Bréfritari: Þórarinn Stefánsson
Dagsetning: A-1928-02-26
Skrifað á: Vesturheimi

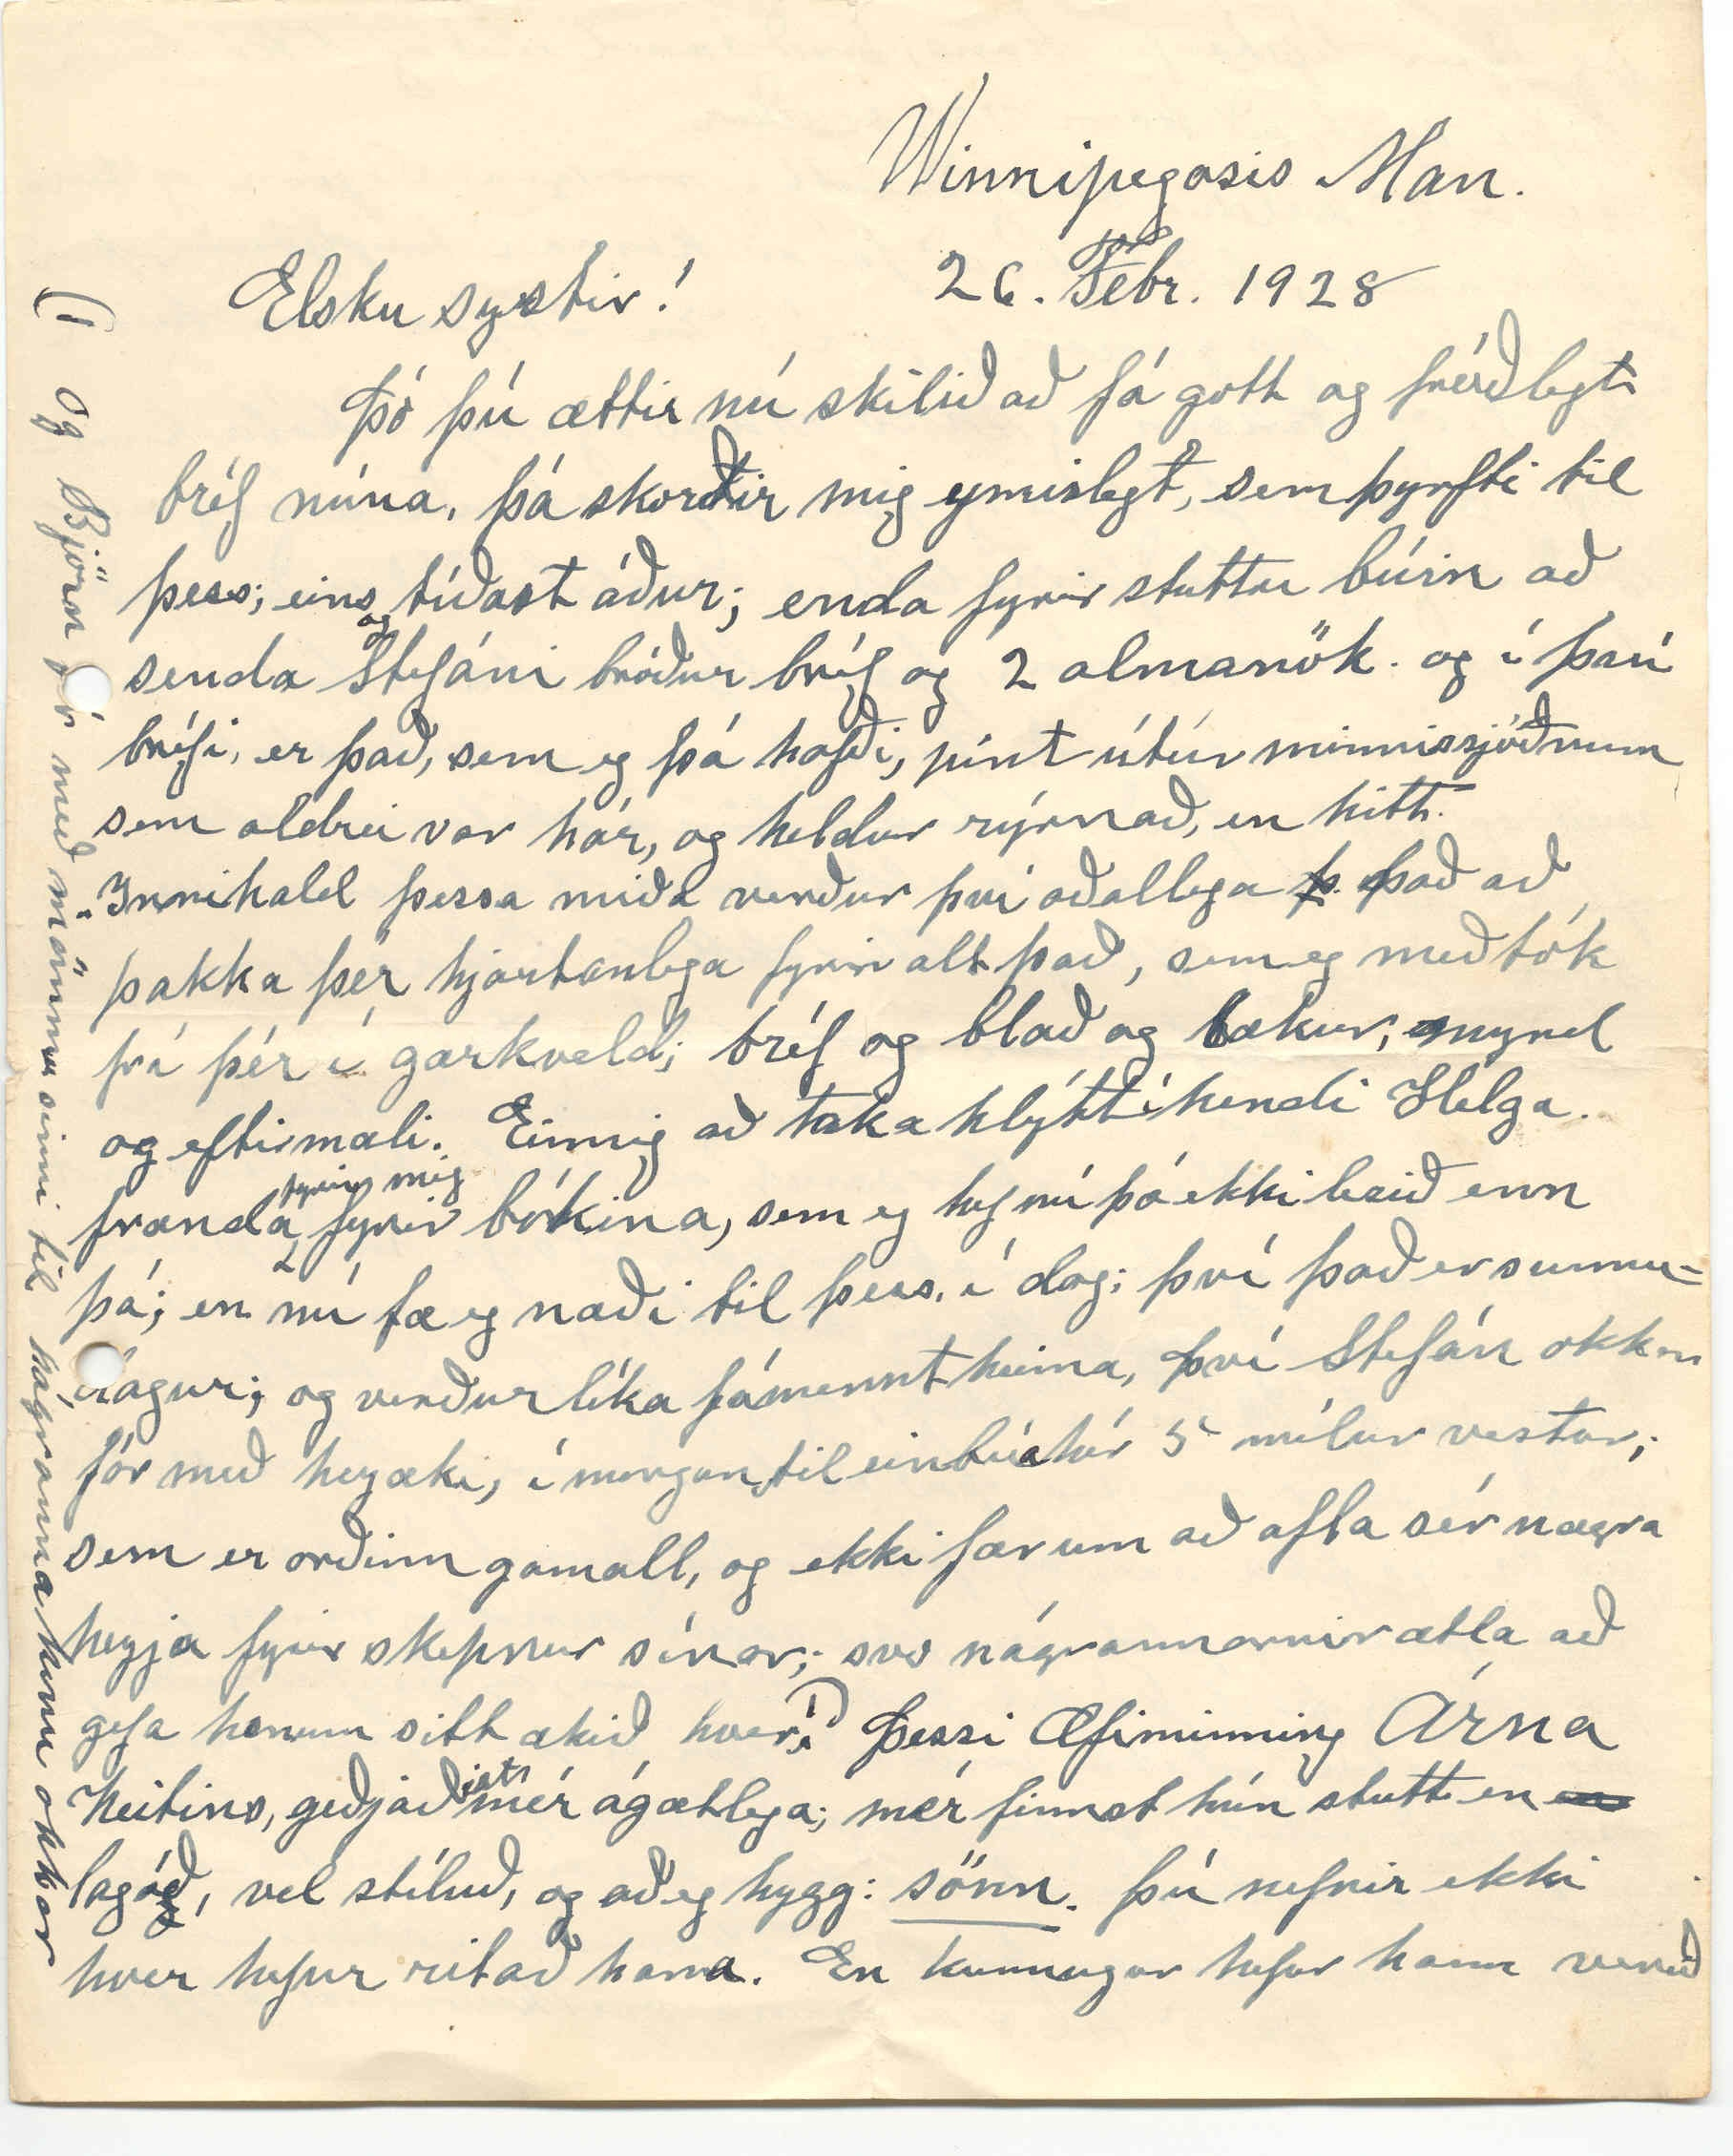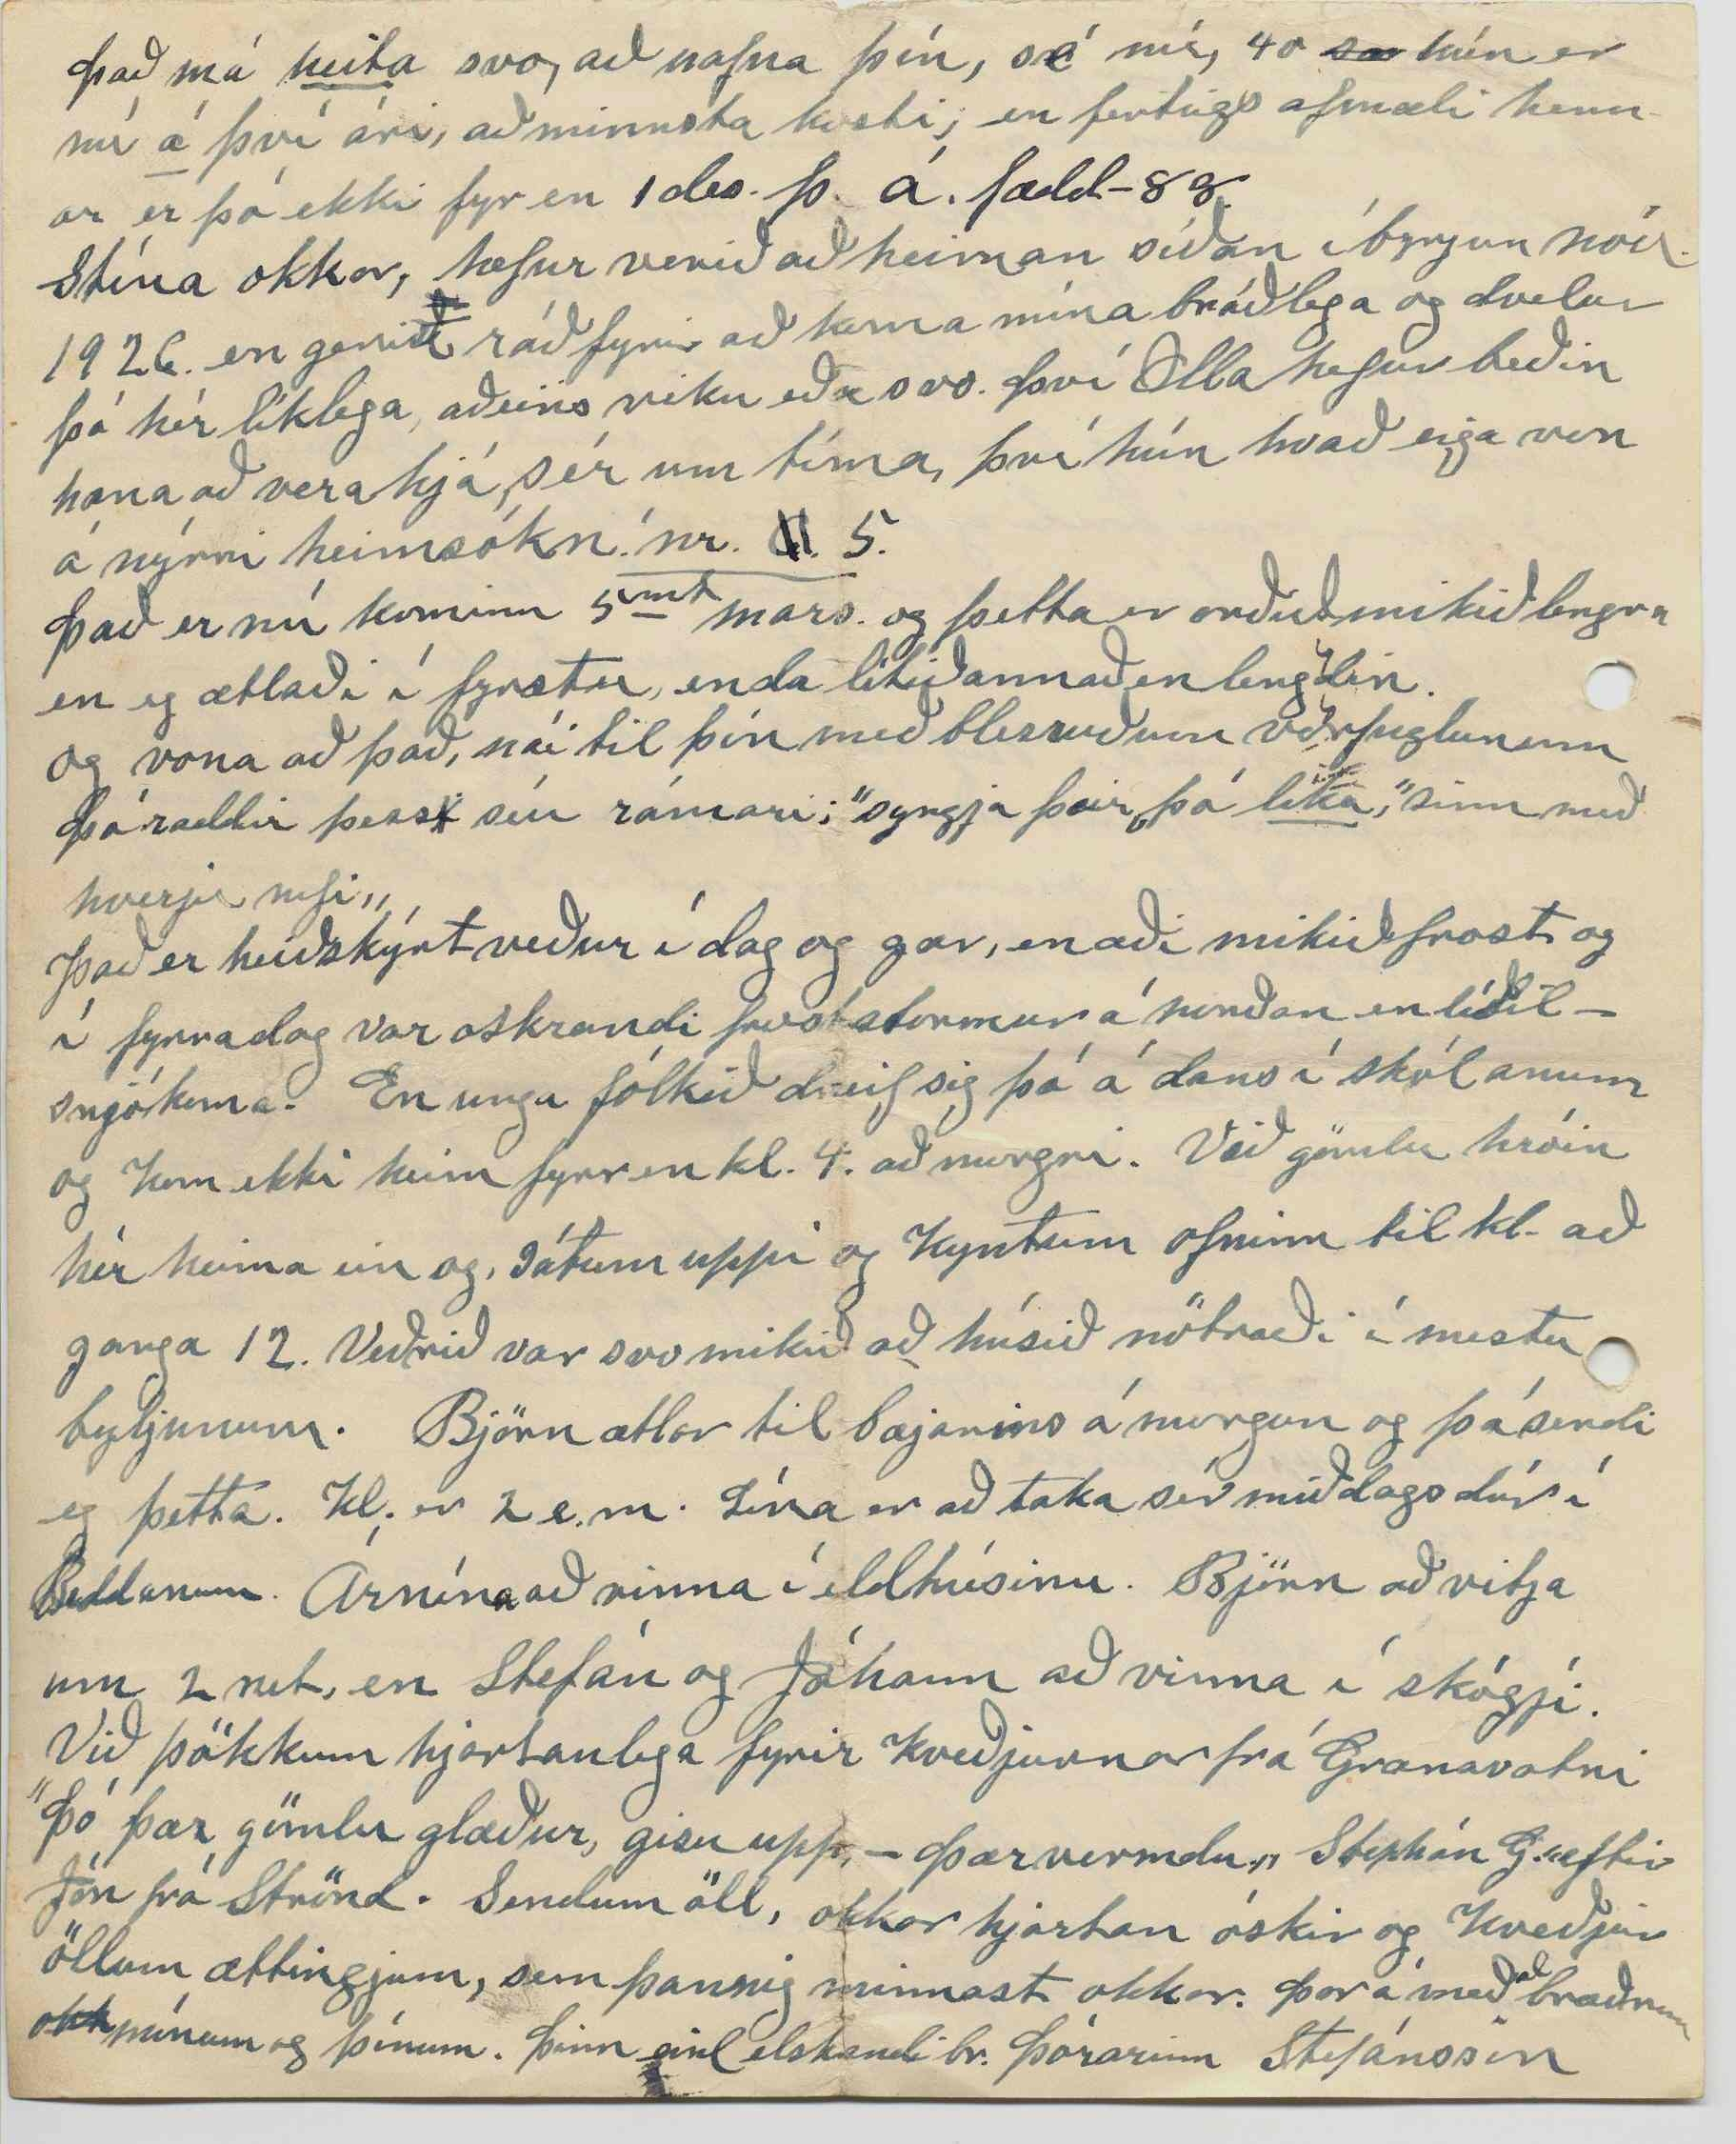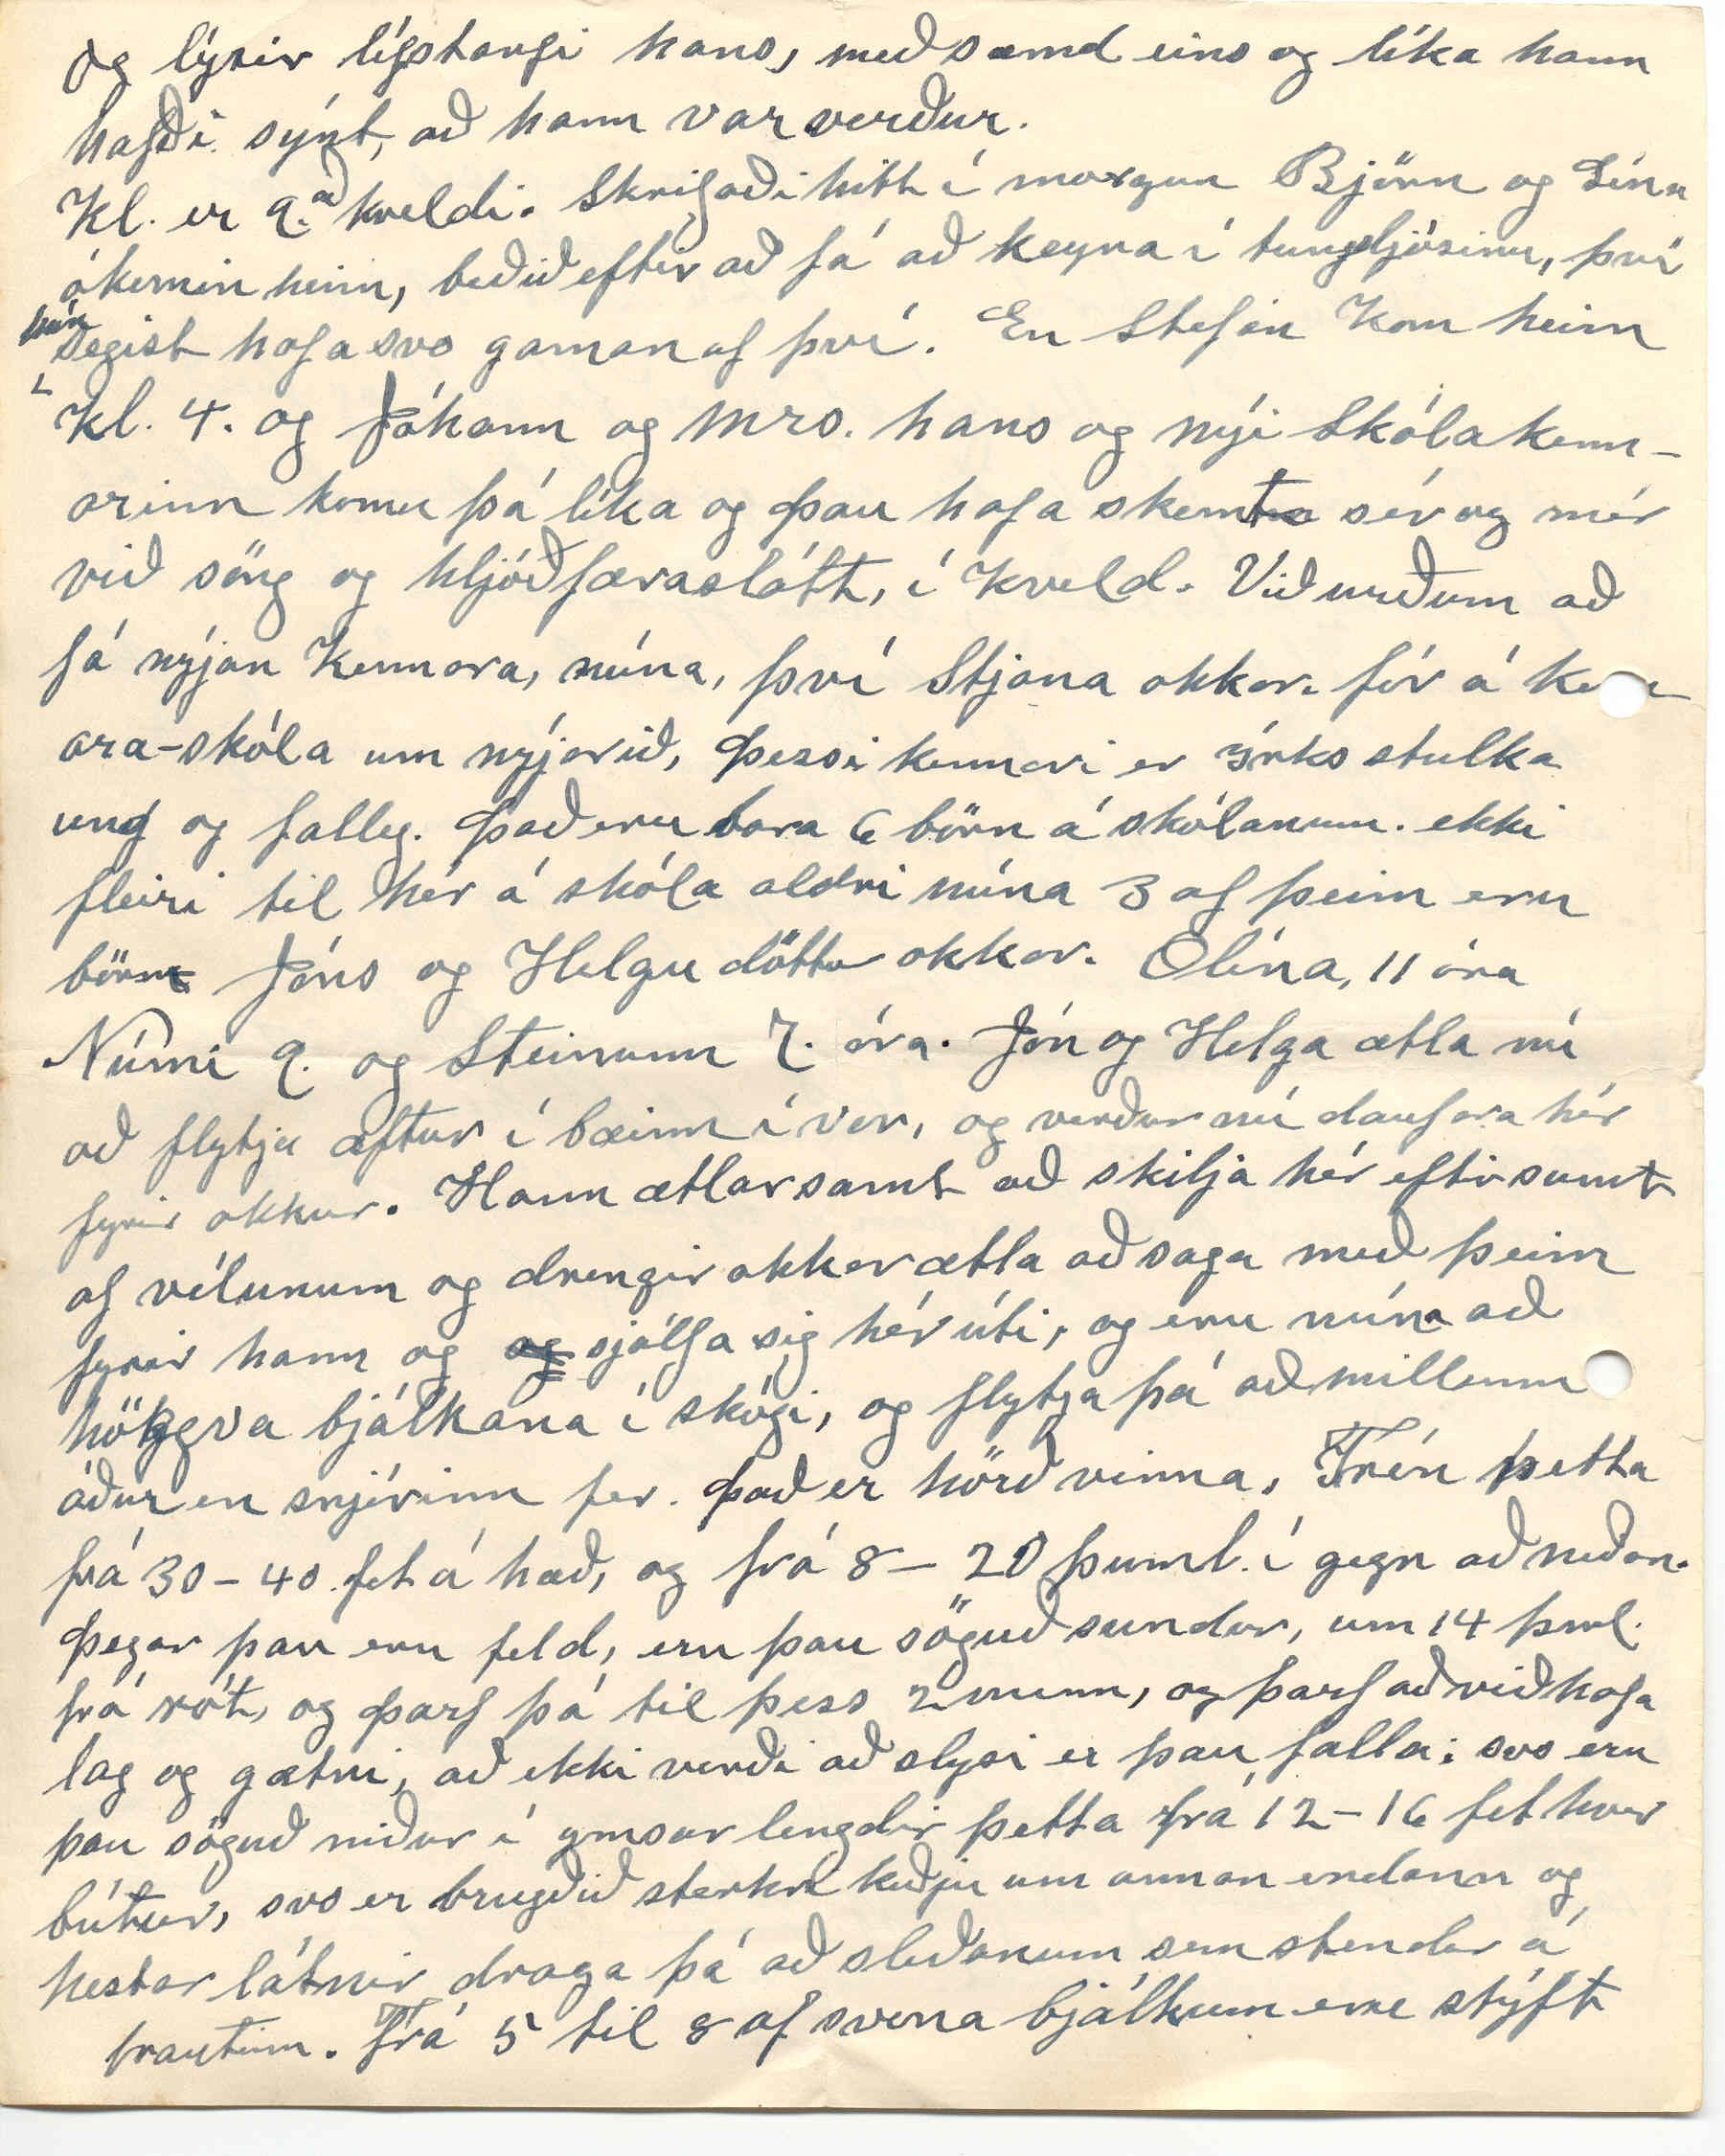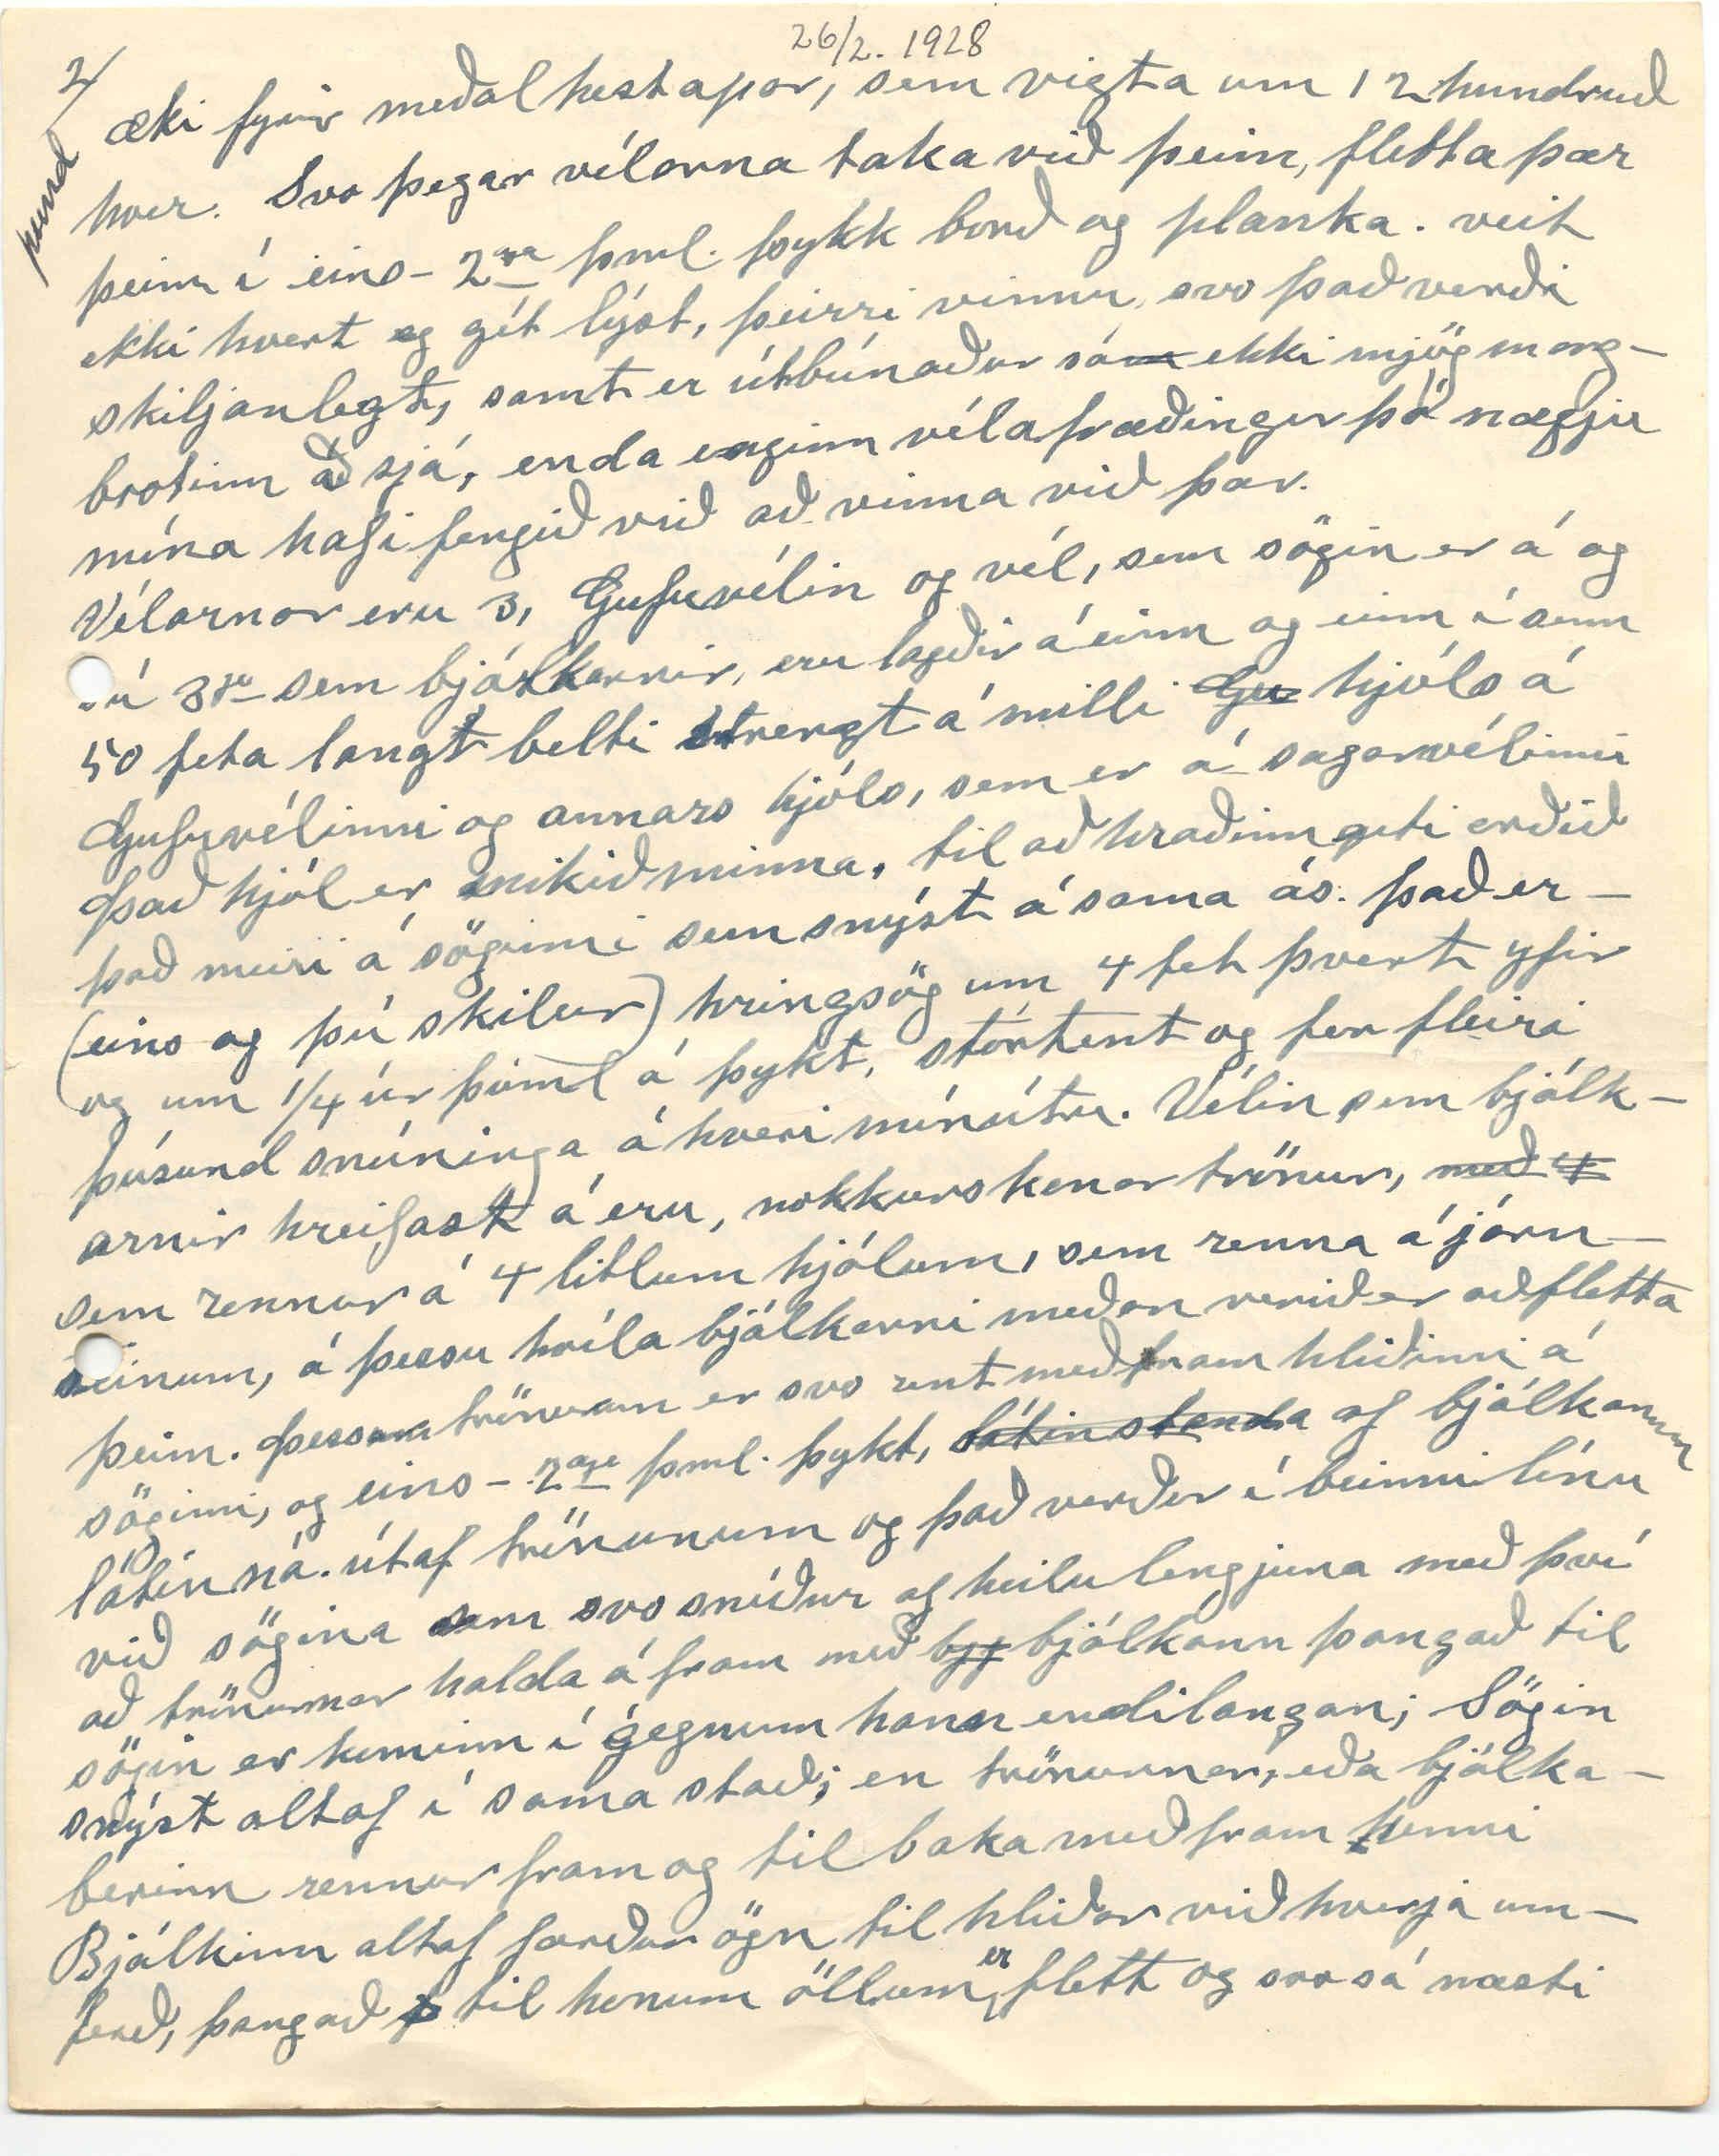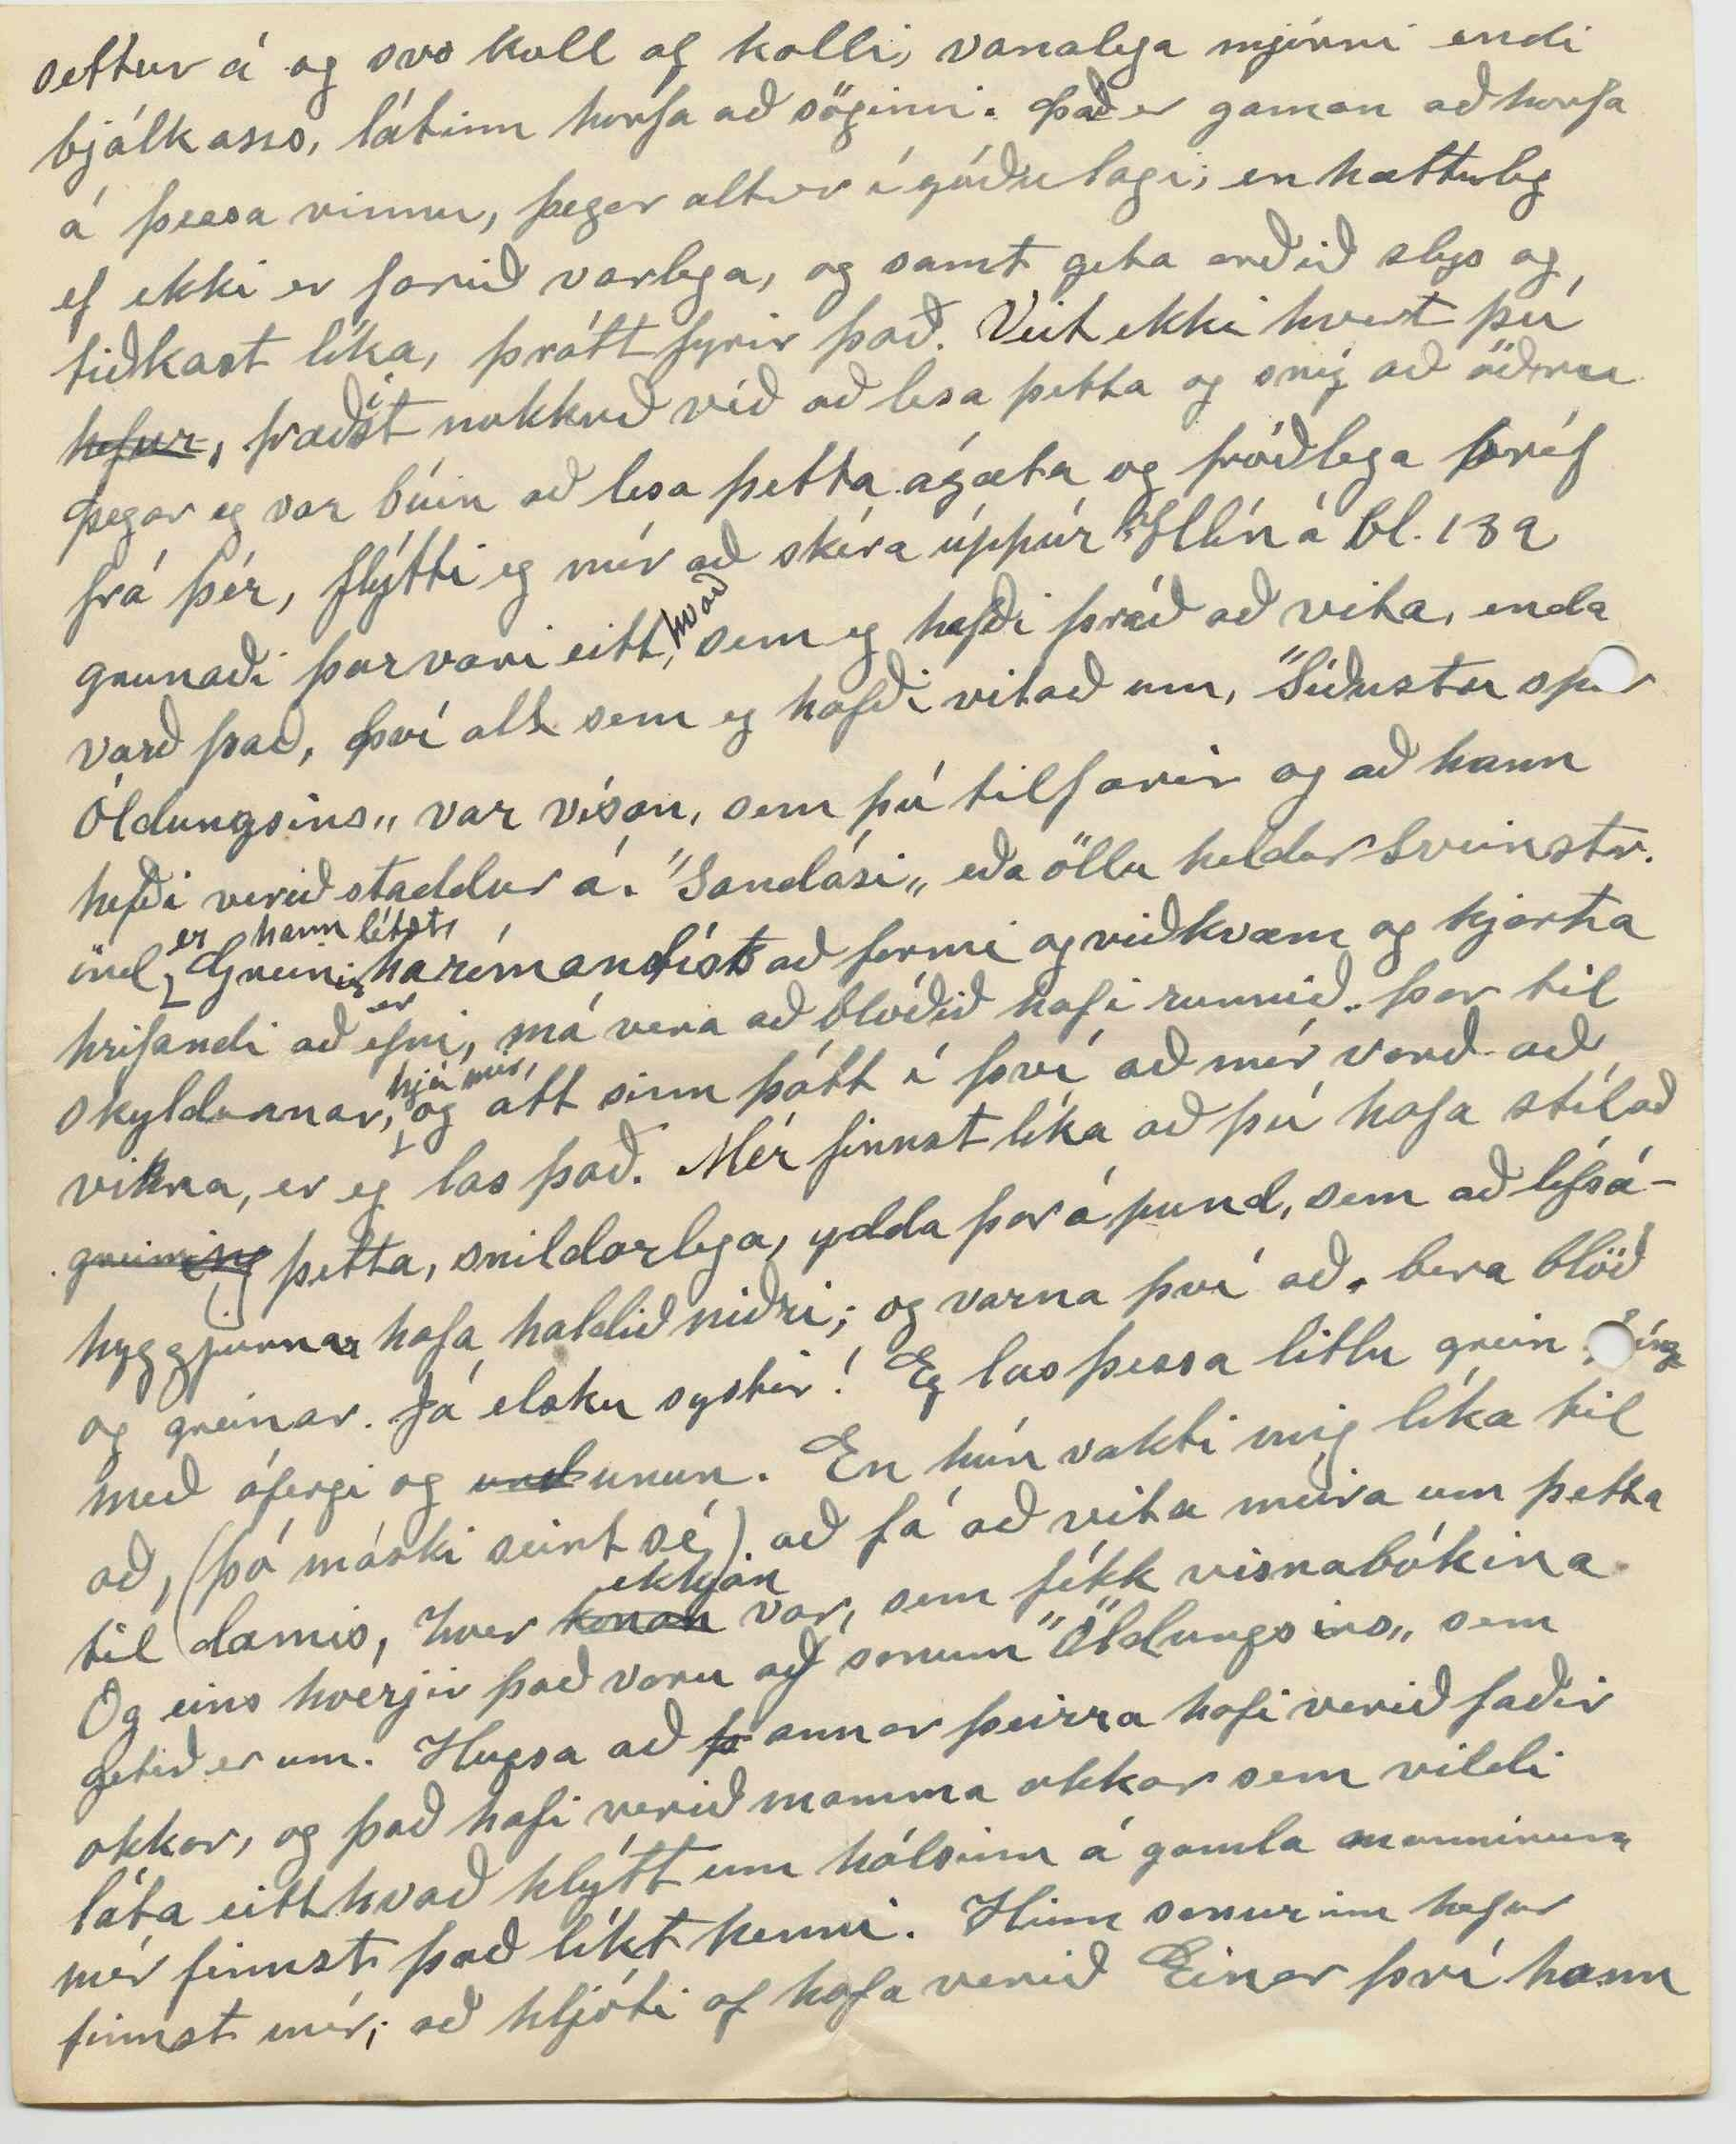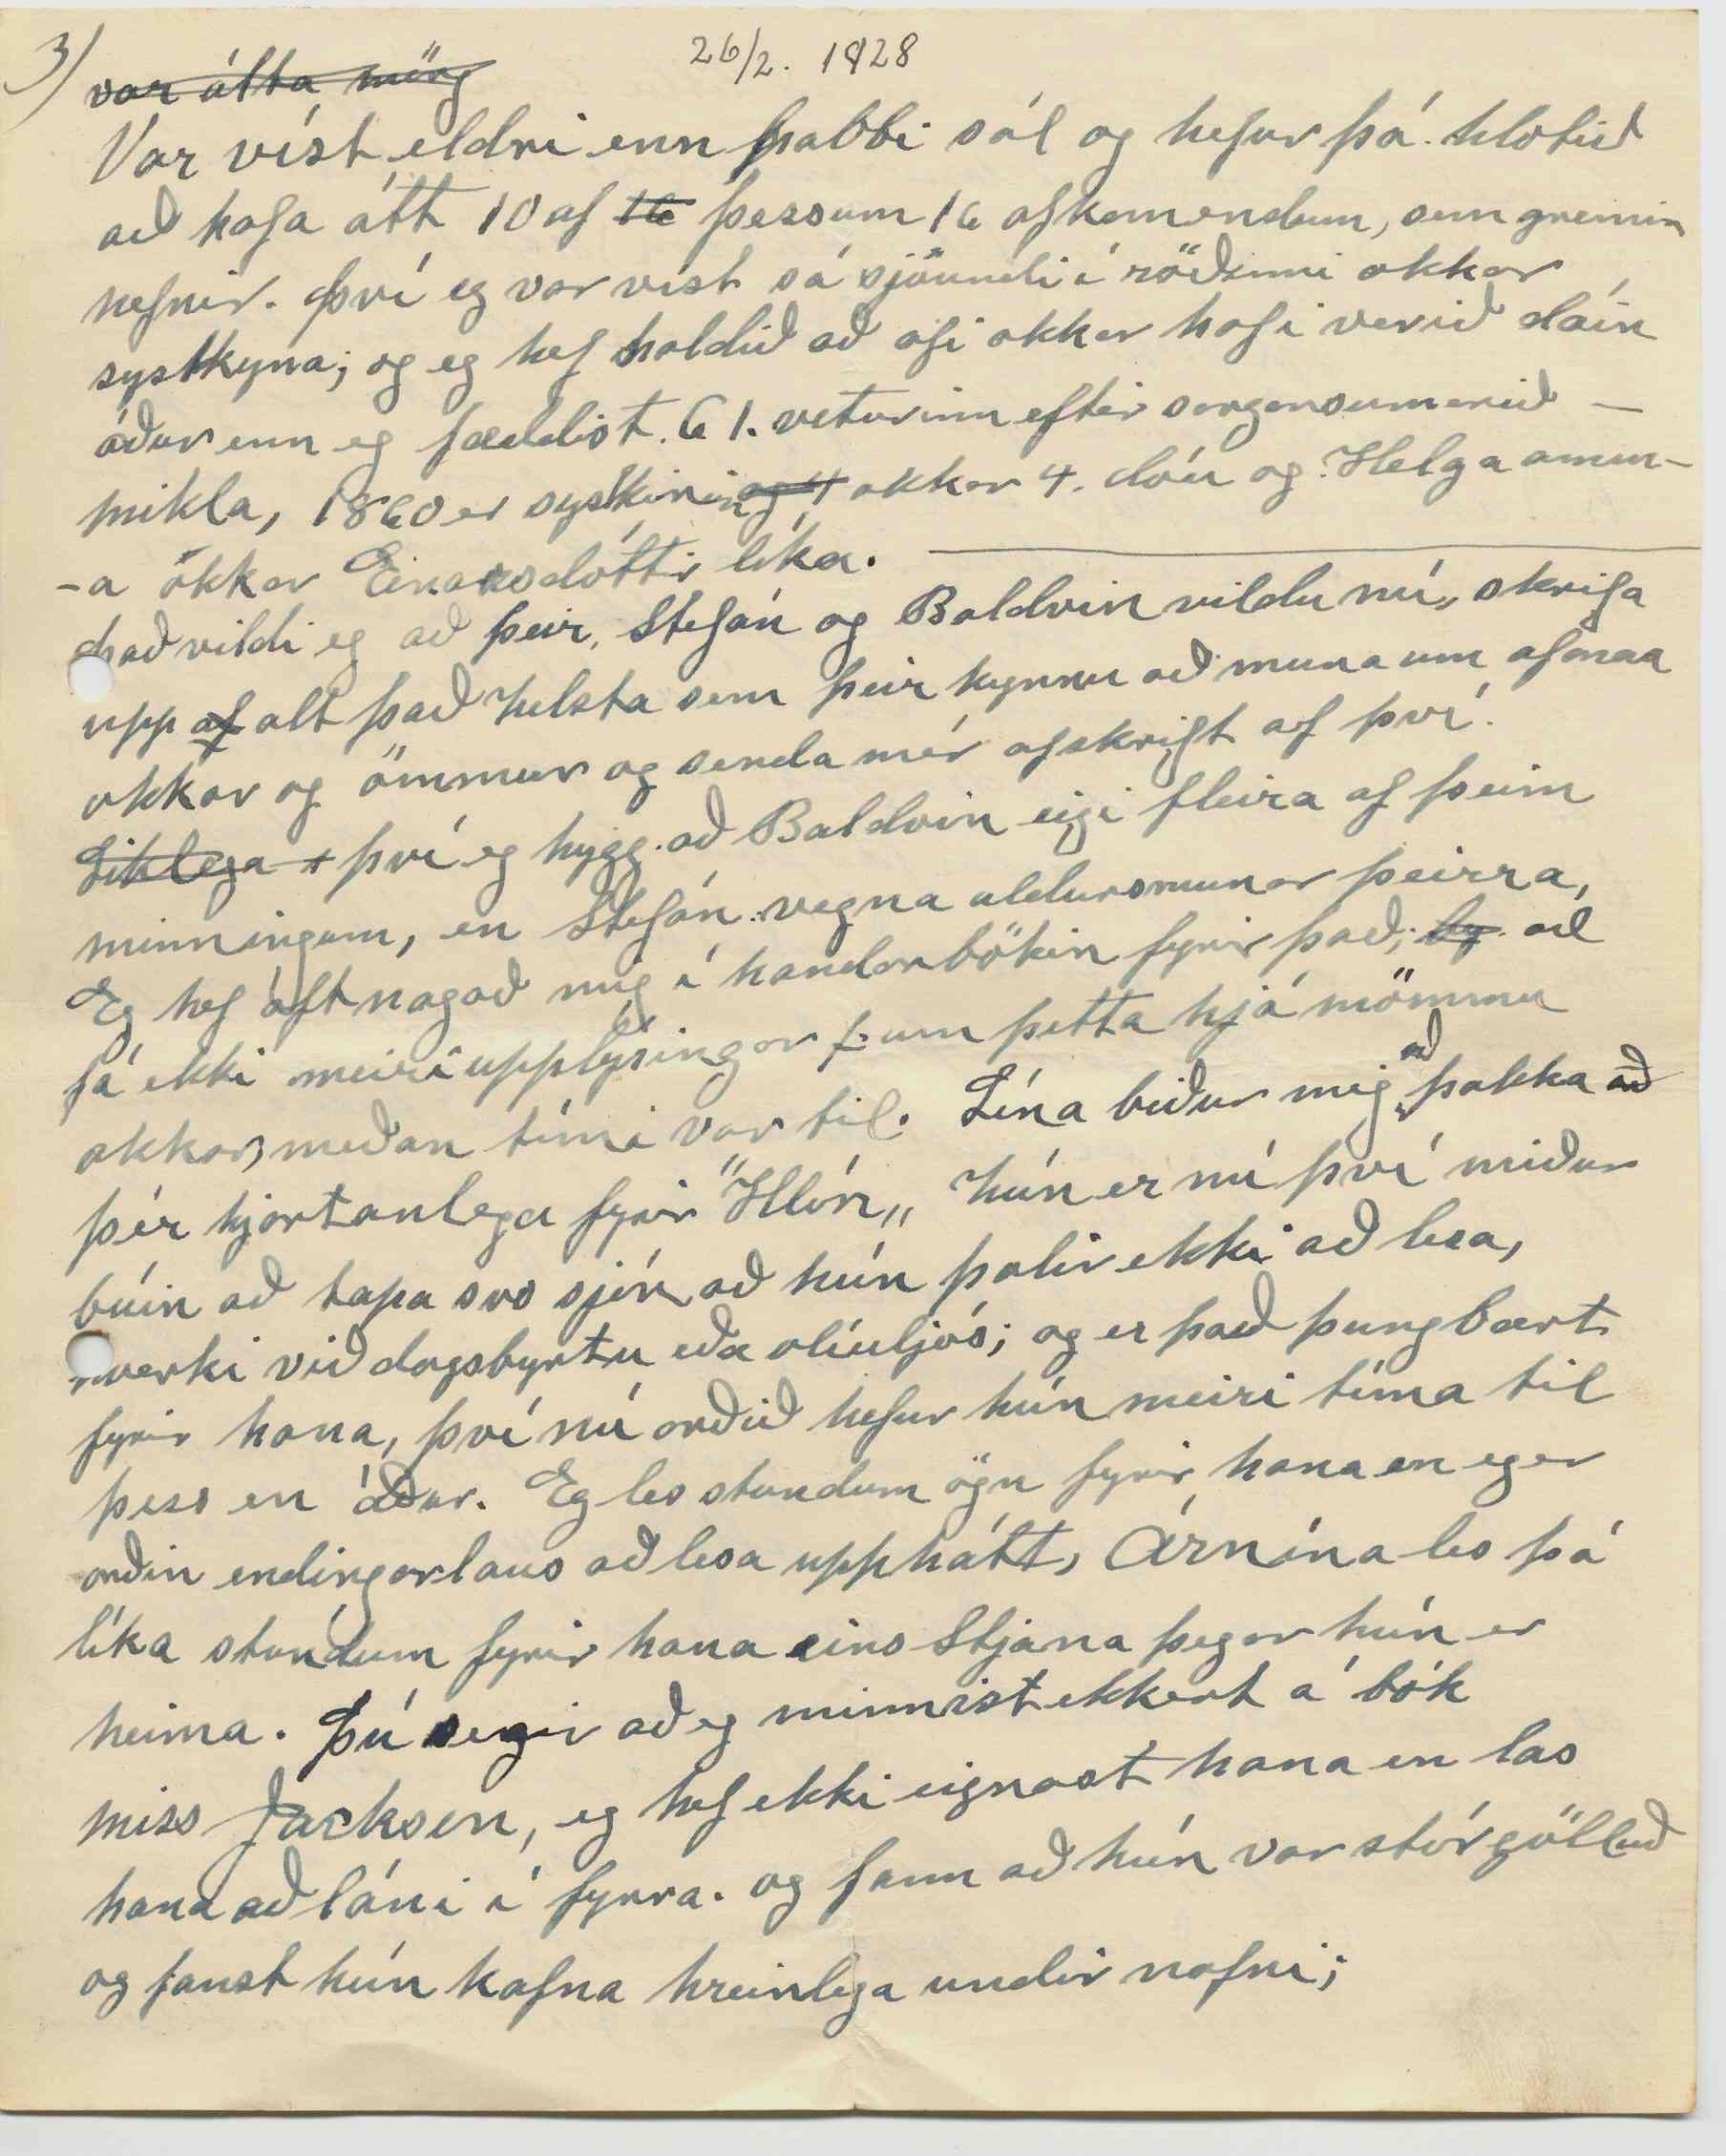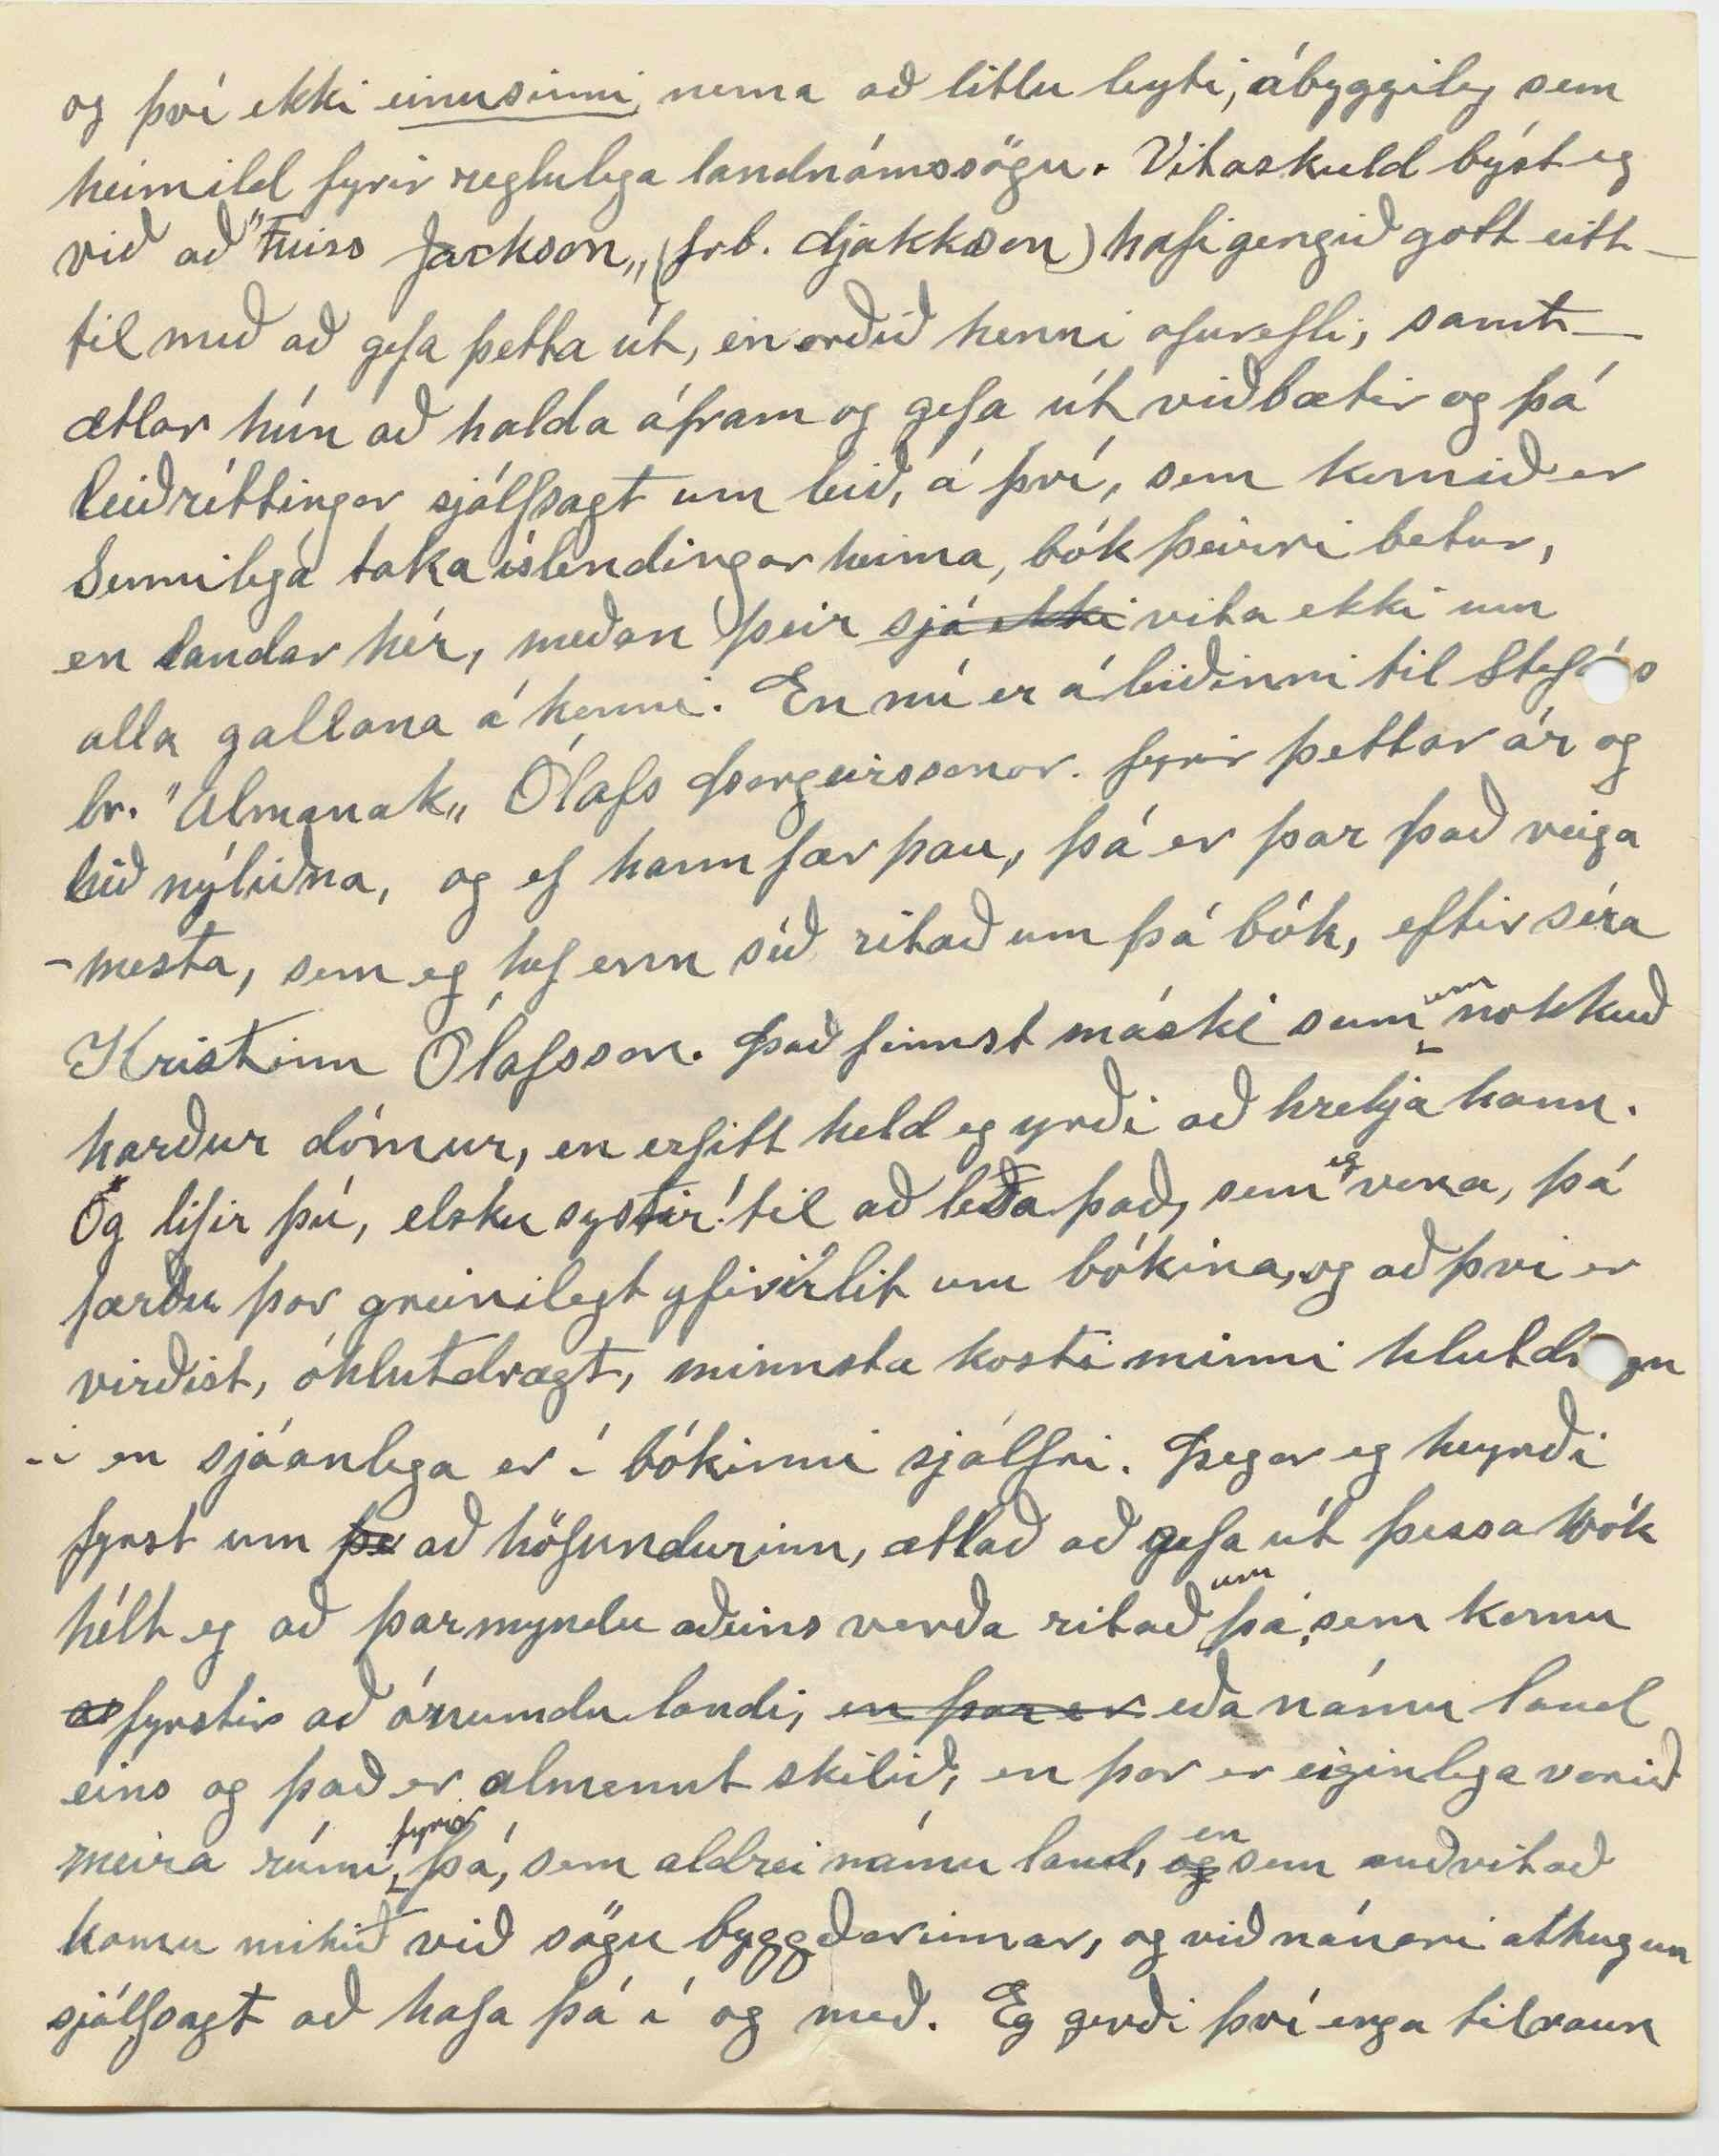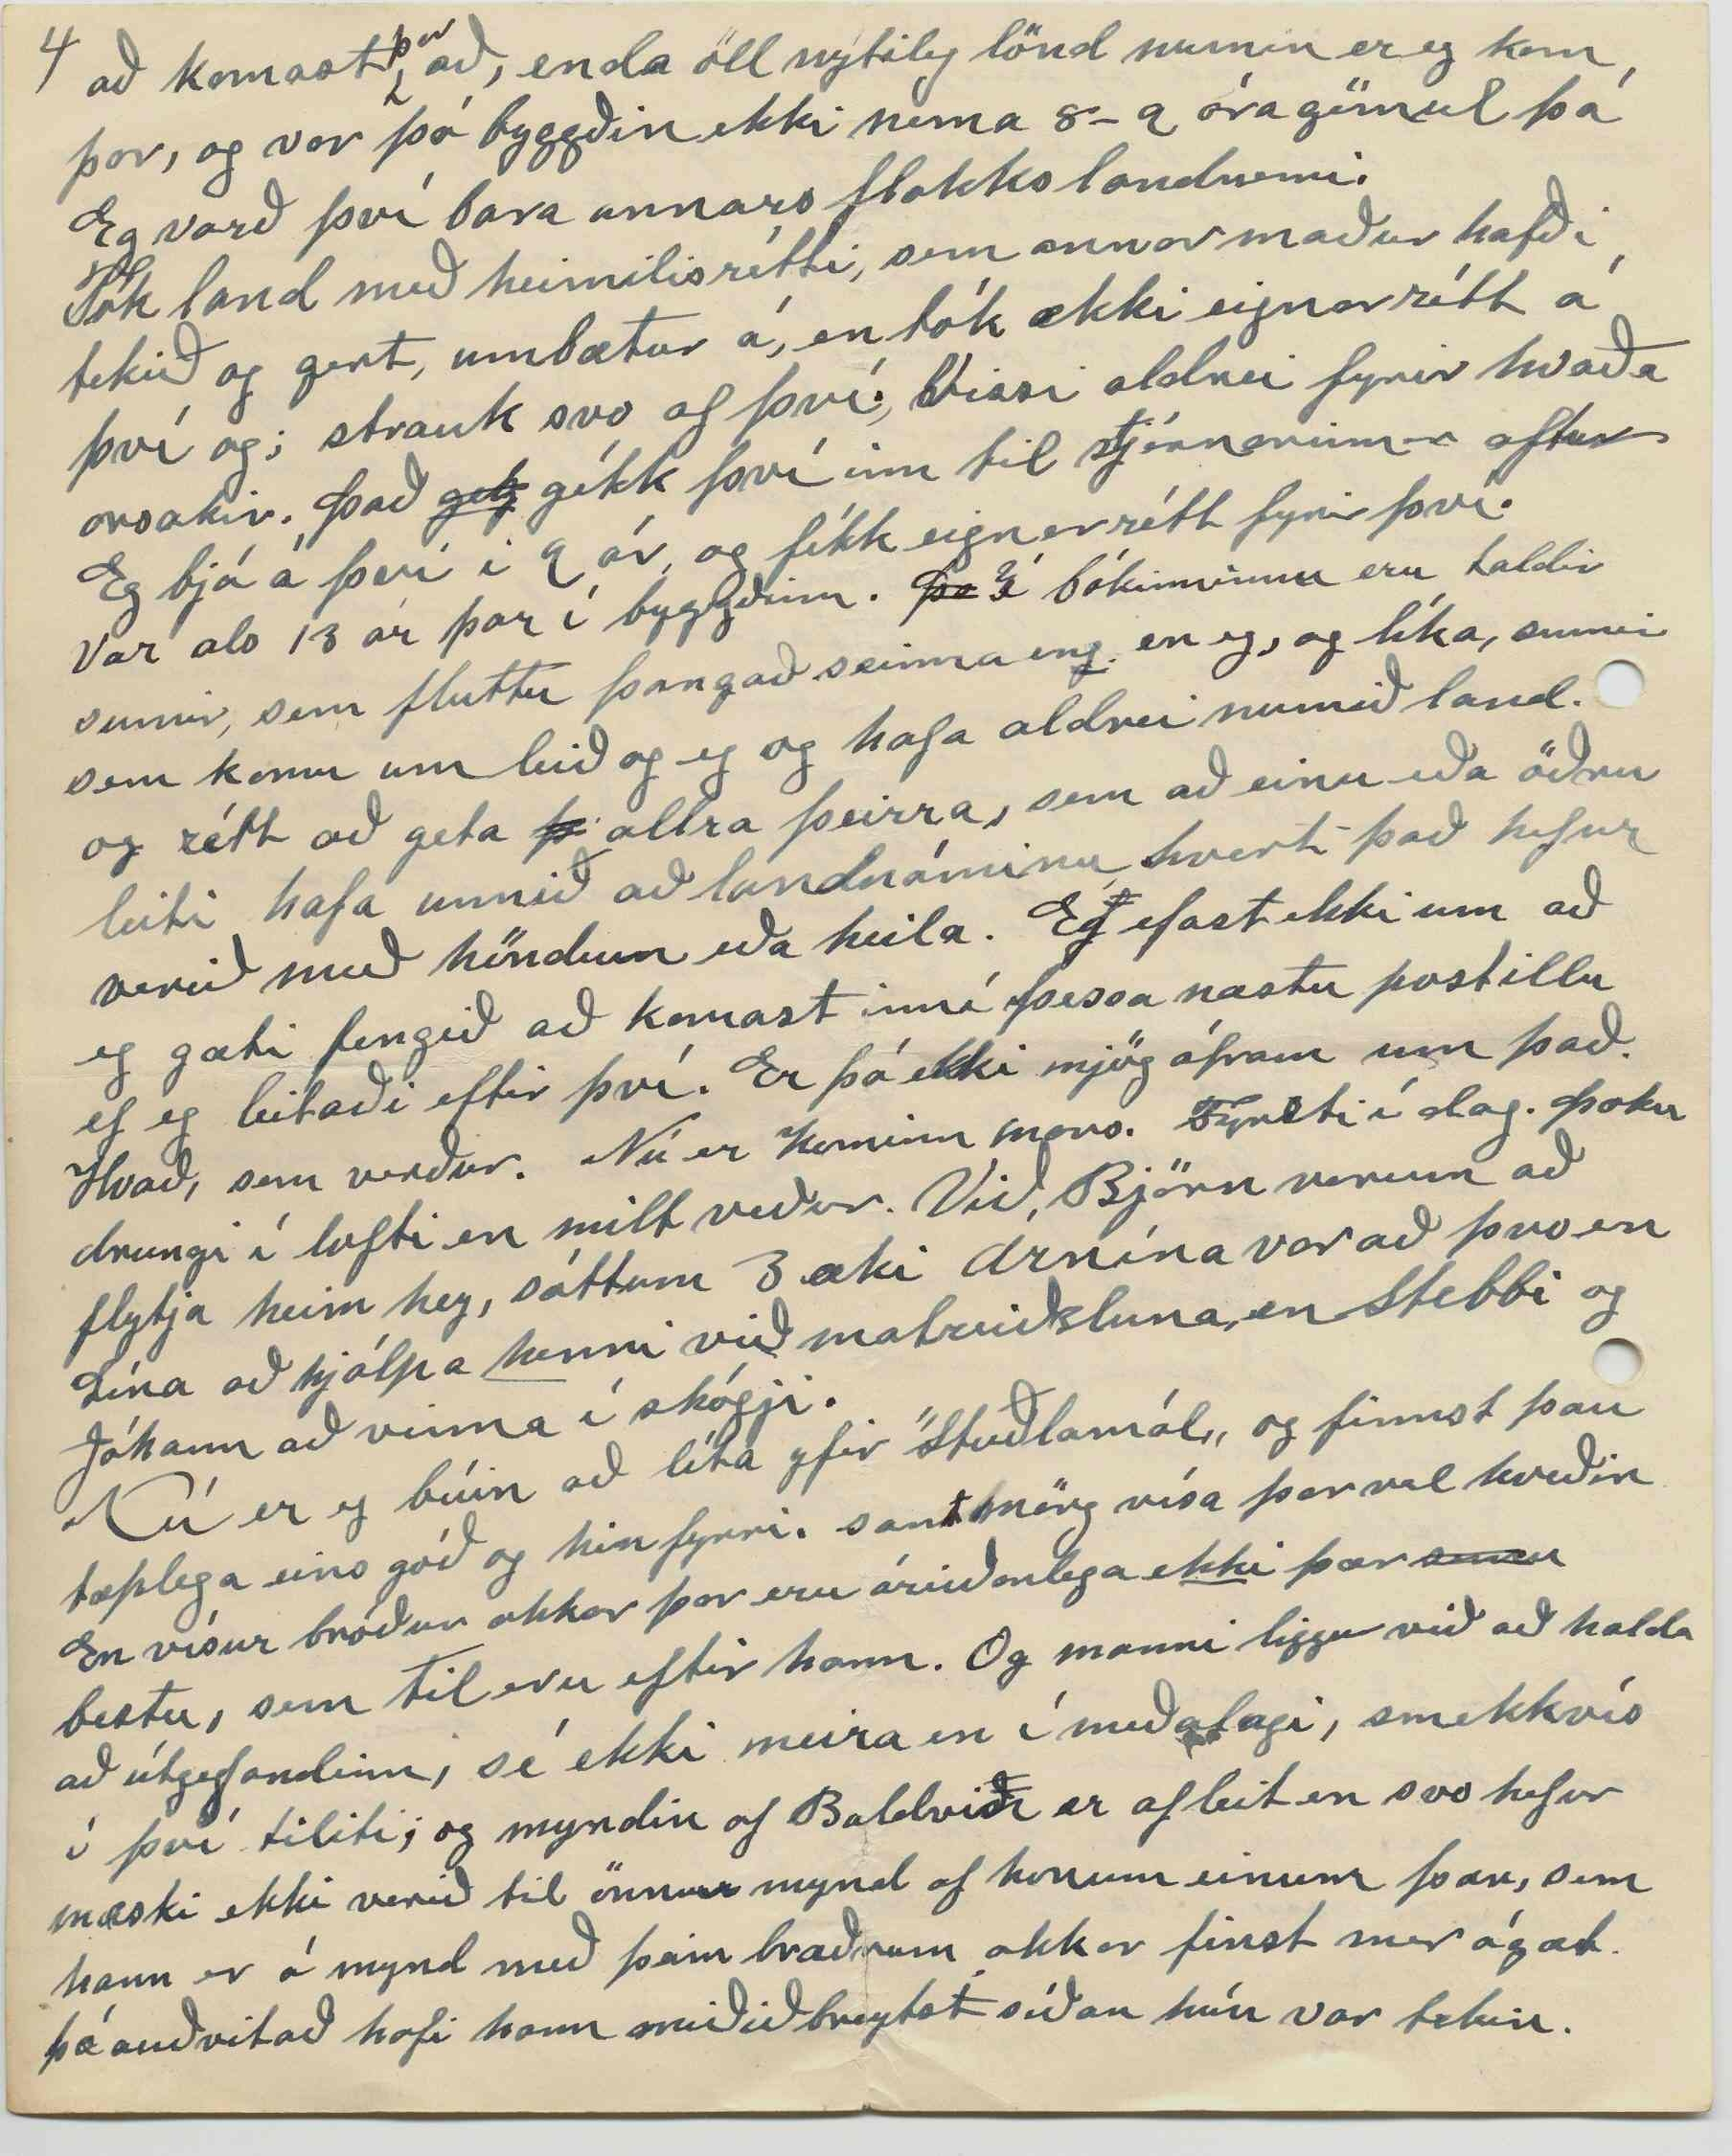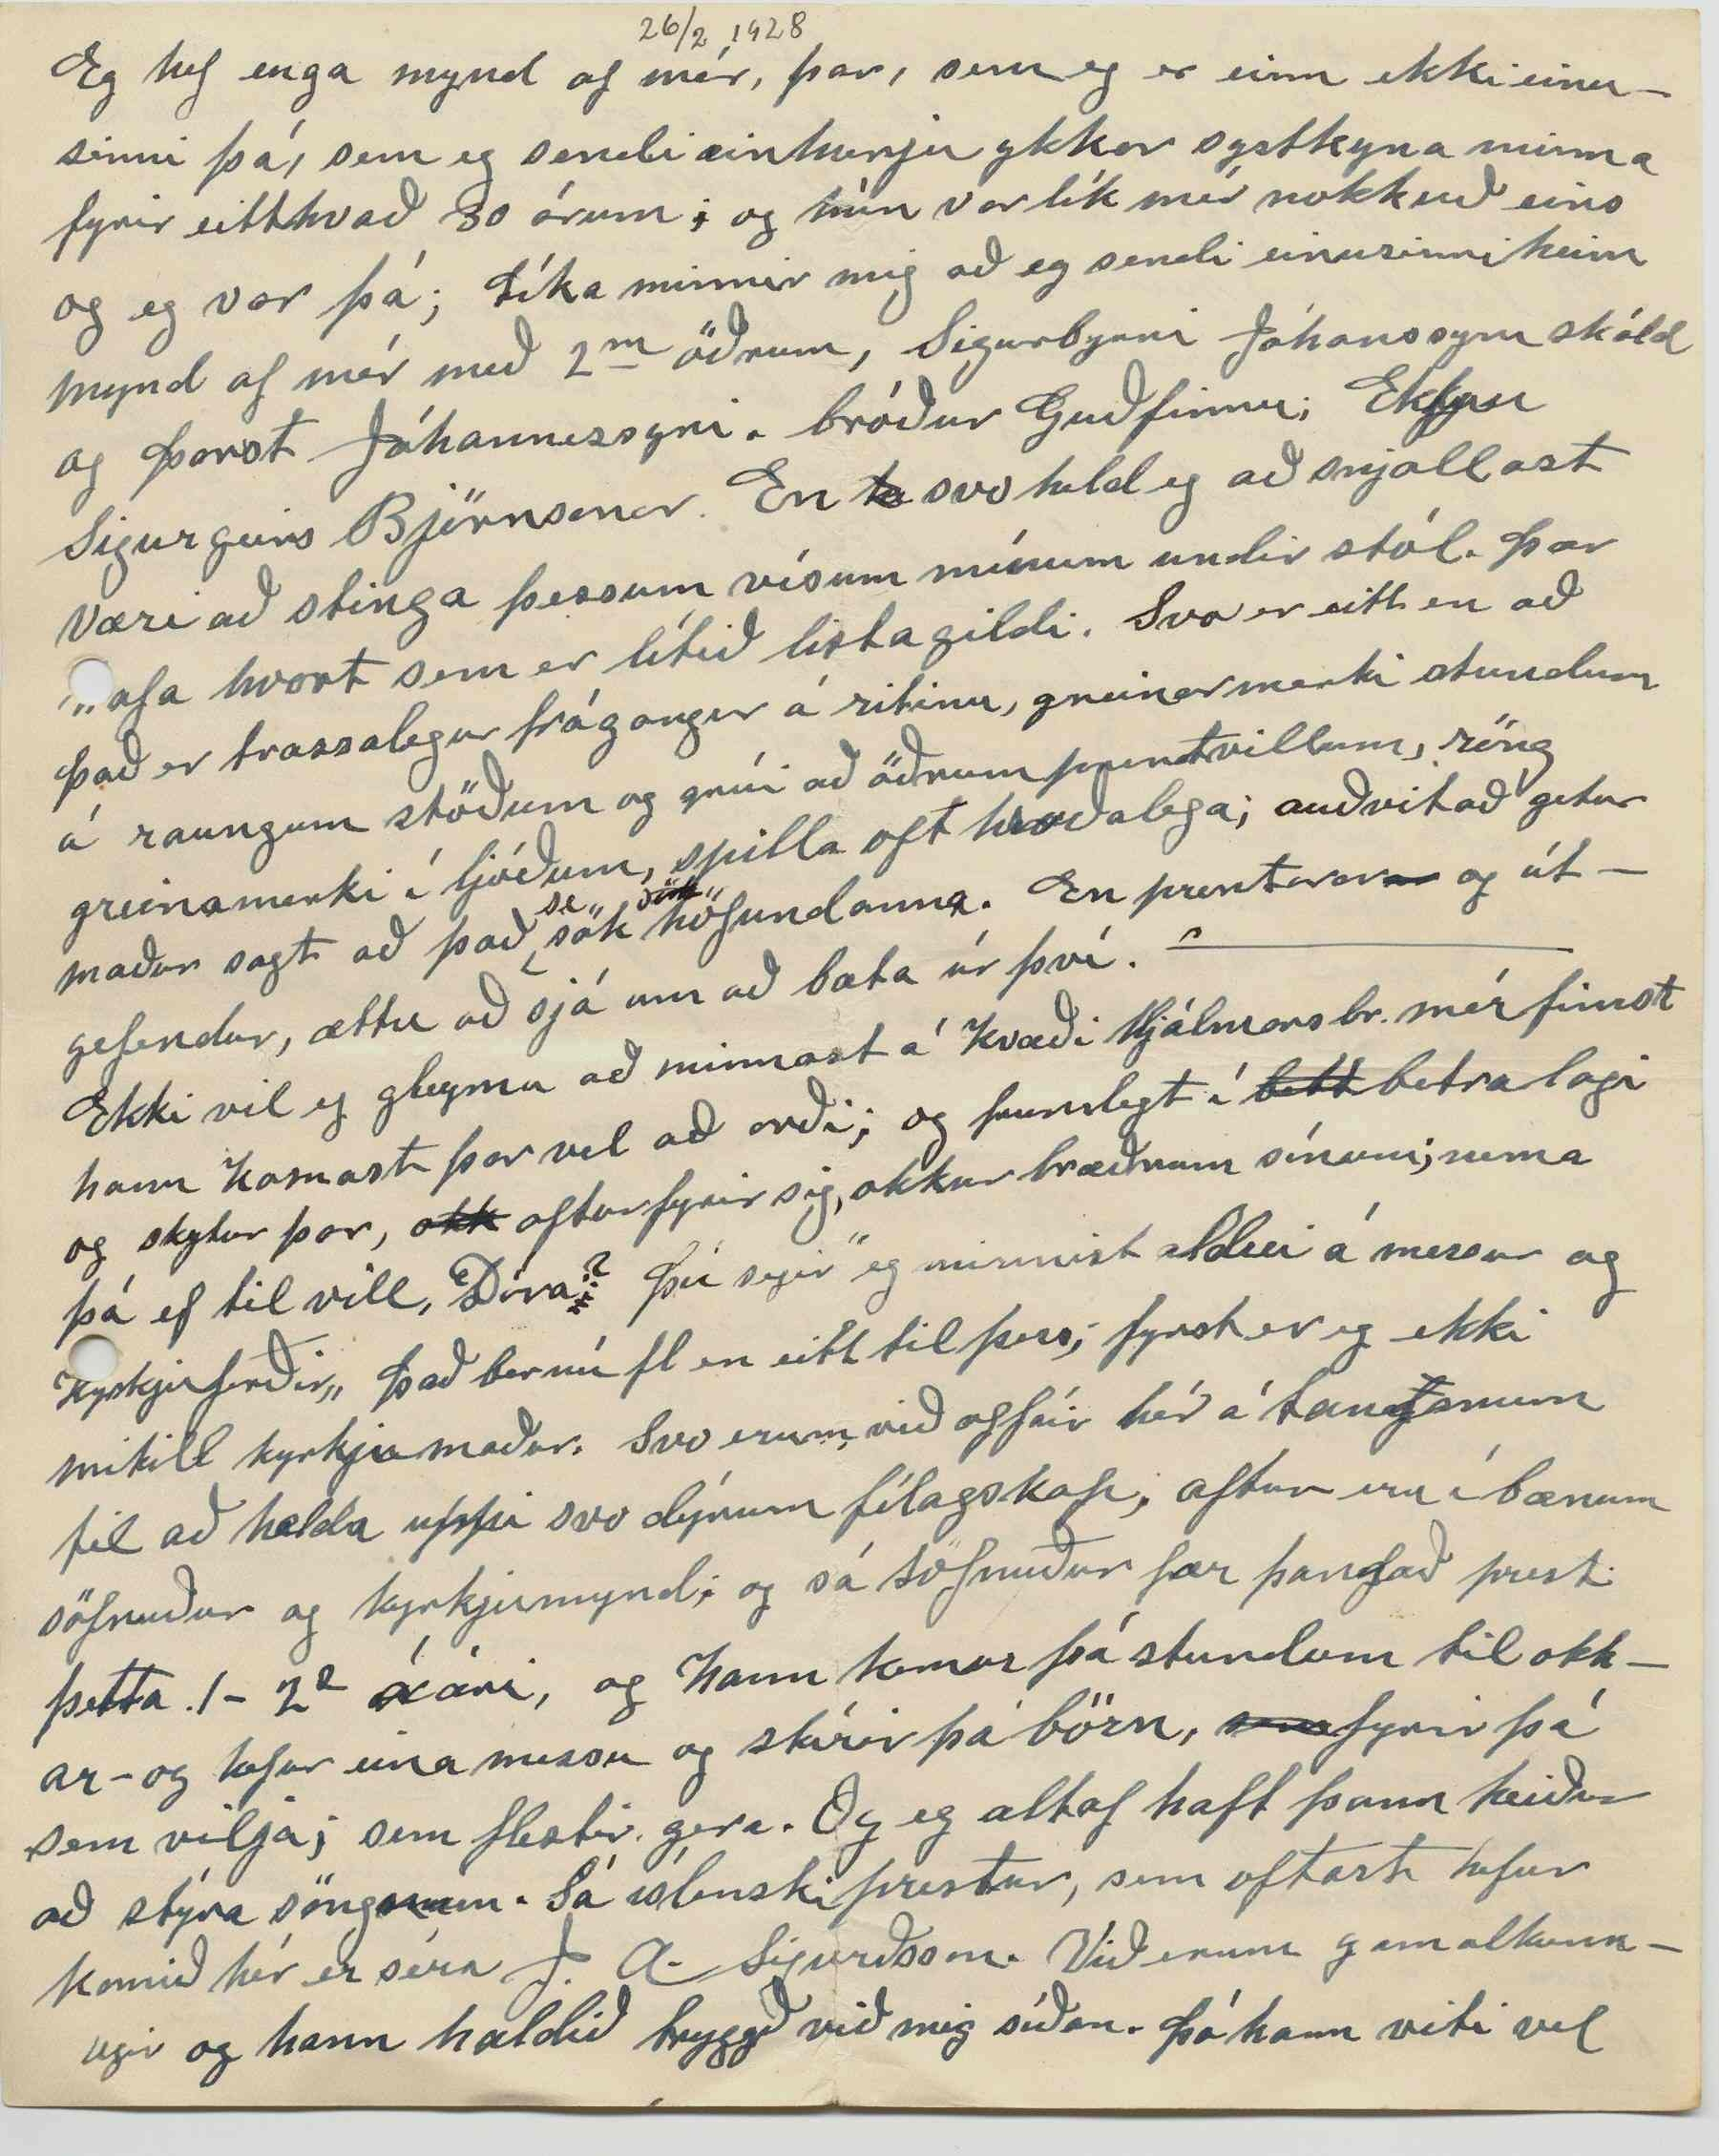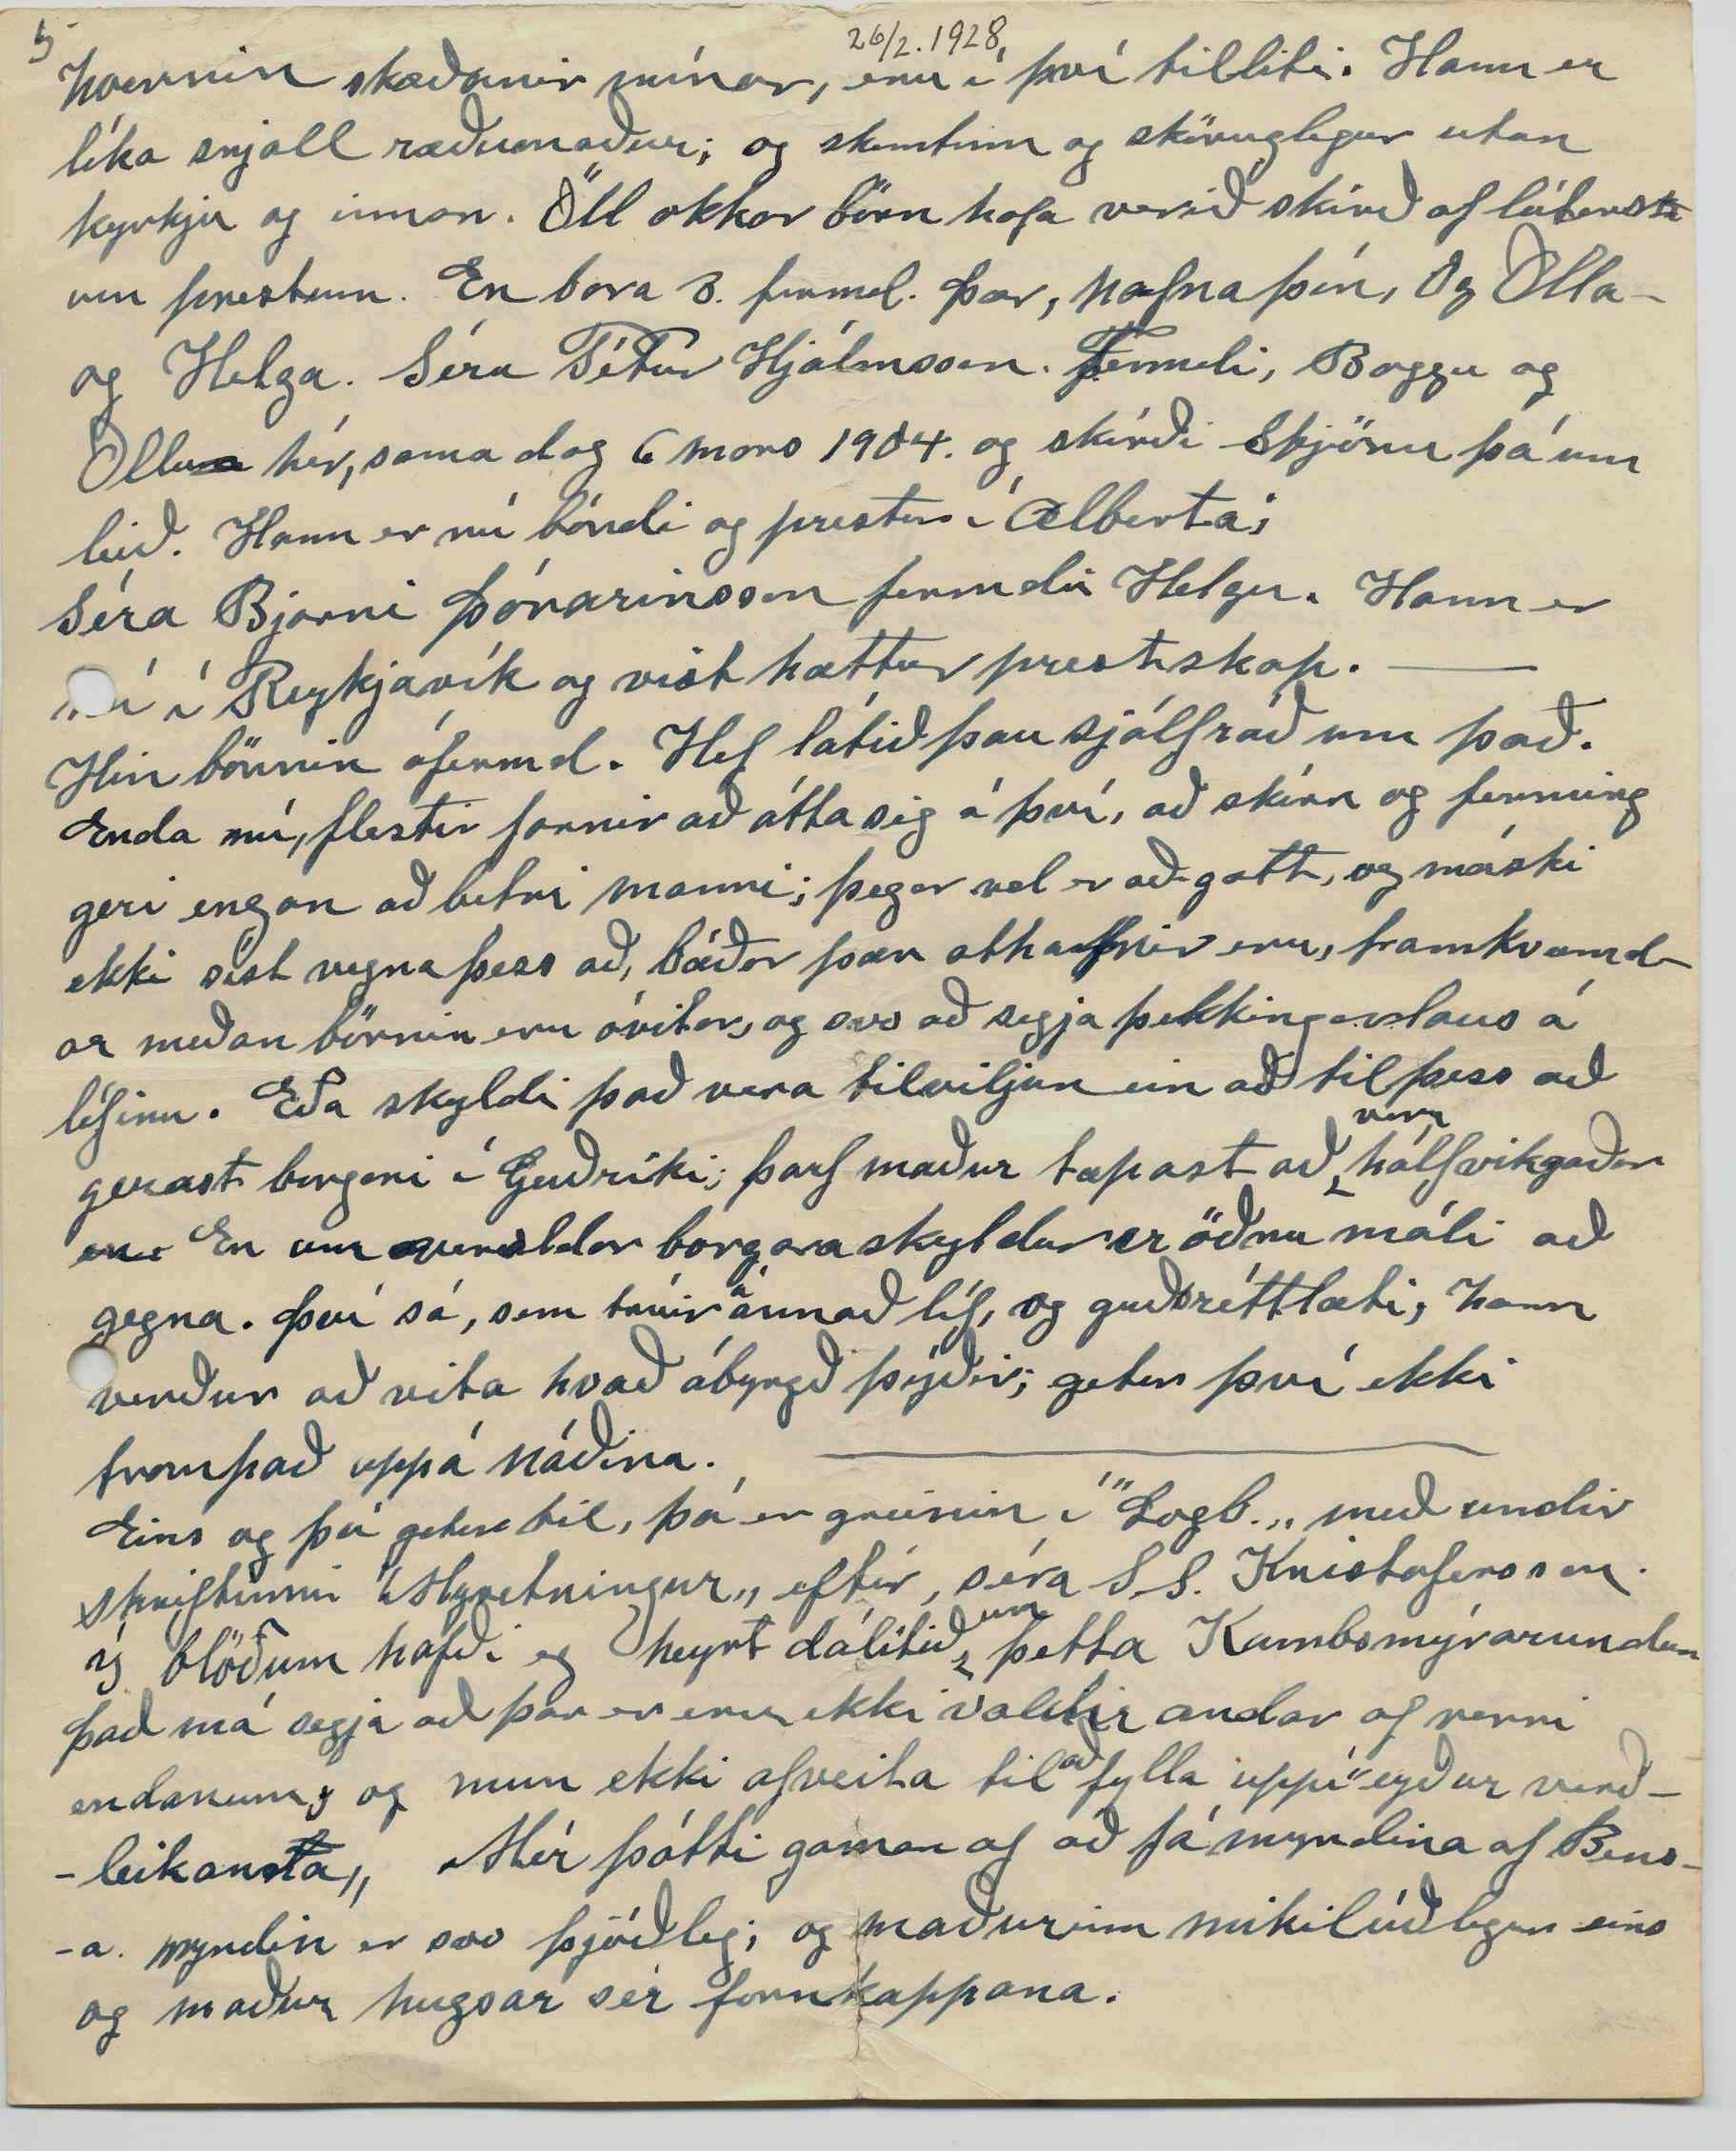

Winnipegosis Man.
26. Febr. 1928
Elsku systir!
Þó þú ættir nú skilið að fá gott og fróðlegt bréf núna, þá skortir mig ymislegt, sem þyrfti til þess; eins
og
tíðast áður; enda fyrir stuttu búin að senda Stefáni bróður bréf og 2 almanök. og í því bréfi, er það, sem eg þá hafði, pínt útúr minnissjóðnum sem aldrei var hár, og heldur rýrnað, en hitt. Innihald þessa miða verður því aðallega
þ
það að þakka þér hjartanlega fyrir alt það, sem eg meðtók frá þér í gærkveld; bréf og blað og bækur; mynd og eftirmæli. Einnig að taka hlýtt í hendi Helga frænda
fyrir mig
fyrir bókina, sem eg hef nú þó ekki lesið enn þá; en nú fæ eg næði til þess í dag; því það er sunnudagur; og verður líka fámennt heima, Því Stefán okkar fór með heyæki, í morgun til einbúa hér 5 mílur vestar; sem er orðinn gamall, og ekki fær um að afla sér nægra heyja fyrir skepnur sínar; svo nágrannarnir ætla að gefa honum sitt ækið hver.
og Björn fór með mömmu sinni til nágranna konu okkar
Þessi Æfiminning Árna heitins, geðjað
ist
mér ágætlega; mér finnst hún stutt en
en
lagóð, vel stíluð, og að eg hygg:
sönn
. þú nefnir ekki hver hefur ritað hana. En kunnugur hefur hann verið
og lýsir lífstarfi hans, með sæmd eins og líka hann hafði sýnt, að hann var verður.
kl. er 9.
að
kveldi. Skrifaði hitt í morgun Björn og Lína ókomin heim, beðið eftir að fá að keyra í tungsljósinu, því
hún
segist hafa svo gaman af því. En Stefán kom heim kl. 4. og Jóhann og mrs. hans og nýi skólakennarinn komu þá líka og Þau hafa skem
m
t sér og mér við söng og hljóðfæraslátt, í kveld. Við urðum að fá nýjan kennara, núna, því Stjana okkar, fór á kennara-skóla um nýjarið, Þessi kennari er Írks stulka ung og falleg. Það eru bara 6 börn á skólanum. ekki fleiri til hér á skóla aldri núna 3 af þeim eru börn Jóns og Helgu dóttur okkar. Olína, 11 ára Númi 9. og Steinunn 7. ára. Jón og Helga ætla nú að flytja aftur í bæinn í vor, og verður nú daufara hér fyrir okkur. Hann ætlar samt að skilja hér eftir sumt af vélunum og drengir okkar ætla að saga með þeim fyrir hann og
og
sjálfa sig hér úti, og eru núna að höggva bjálkana í skógi, og flytja þá að millunni áður en snjórinn fer. Það er hörð vinna, Trén þetta frá 30 - 40 fet á hæð, og frá 8 - 20 þuml. í gegn að neðan. Þegar þau eru feld, eru þau söguð sundur, um 14 þml. frá rót, og Þarf þá til þess 2 menn, og þarf að viðhafa lag og gætni, að ekki verði að slysi er þau falla; svo eru þau söguð niður í ymsar lengdir þetta frá 12 - 16 fet hver bútur, svo er brugðið sterkri keðju um annan endann og hestar látnir draga þá að sleðanum sem stendur á
frautinn
. Frá 5 til 8 af svona bjálkum eru stýft
æki fyrir meðal hestapar, sem vigta um 12 hundruð
pund
hver. Svo þegar vélarna taka við þeim, fletta þær þeim í eins - 2
gja
þml. þykk borð og planka. veit ekki hvort eg gét lýst, þeirri vinnu svo það verði skiljanlegt, samt er útbúnaður sá
m
ekki mjög margbrotinn að sjá, enda enginn vélafræðingur þó nægju mína hafi fengið við að vinna við þær.
Vélarnar eru 3, Gufuvélin og vél, sem sögin er á og sú 3
ja
sem bjálkarnir eru lagðir á einn og einn í senn 50 feta langt belti strengt á milli
Gu
hjóls á Gufuvélinni og annars hjóls, sem er á sagarvélinni Það hjól er mikið minna, til að hraðinn geti orðið það meiri á söginni sem snýst á sama ás. það er (eins og þú skilur) hringsög um 4 fet þvert yfir og um 1/4 úr þuml á þykt, stórtent og fer fleiri þúsund snúninga á hveri mínútu. Vélin sem bjálkarnir hreifast á eru, nokkurs konar trönur,
með 4
sem rennur á 4 litlum hjólum, sem renna á járnteinum, á þessu hvíla bjálkarni meðan verið er að fletta þeim. Þess
ar
um trönu
r
m er svo rent meðfram hliðinni á söginni, og eins - 2
ga
þml. þykt,
látin standa
af bjálkanum látin ná útaf trönunum og það verður í beinni línu við sögina sem svo sníður af heilu lengjuna með því að trönurnar halda áfram með
bjj
bjálkann þangað til sögin er kominn í gegnum hann endilangan; Sögin snýst altaf í sama stað; en trönurnar, eða bjálkaberinn rennur fram og til baka meðfram henni Bjálkinn altaf færður ögn til hliðar við hverja umferð, þangað
f
til honum öllum
er
flett og svo sá næsti
settur á og svo koll af kolli, vanalega mjórri endi bjálkans, látinn horfa að söginni. Það er gaman að horfa á þessa vinnu, þegar alt er í góðu lagi; en hættuleg ef ekki er farið varlega, og samt geta orðið slys og tiðkast líka, þrátt fyrir það. Veit ekki hvort þú
hefur
fræð
i
st nokkuð við að lesa þetta og sný að öðru.
Þegar eg var búin að lesa þetta ágæta og fróðlega bréf frá þér, flýtti eg mér að skéra úppúr Hlín á bl. 139 grunaði þar væri eitt
hvað
, sem eg hafði þráð að vita, enda varð það, Því alt sem eg hafði vitað um, ”Síðustu
spor
óldungsins„ var vísan, sem þú tilfærir og að hann hefði verið staddur á. ”Sandási„ eða öllu heldur Sveinstr.önd
er hann létst
Greinir hárómantísk að formi og viðkvæm og hjartahrifandi að efni, má vera að blóðið hafi runnið þar til skyldunnar
hjá mér
, og átt sinn þátt í því að mér varð að vikna, er eg las það. Mér finnst líka að þú hafa stílað
grein0n0
þetta, snildarlega,
ydda
þar á pund, sem að lífsáhyggjurnar hafa haldið niðri; og varna því að bera blöð og greinar. Já elsku systir! Eg las þessa litlu grein
þína
með áfergi og
und
unun. En hún vakti mig líka til að, (þó máski seint sé) að fá að vita meira um þetta til dæmis, hver
konan
ekkjan var, sem fékk visnabókina Og eins hverjir það voru a
ð
f sonum ”Öldungsins„ sem getið er um. Hugsa að
þ
annar þeirra hafi verið faðir okkar, og það hafi verið mamma okkar sem vildi láta eitthvað hlýtt um hálsinn á gamla manninum mér finnst það líkt henni. Hinn sonurinn hefur finnst mér; að hljóti af hafa verið Einar því hann
var átta mörg
Var víst eldri enn pabbi sál og hefur þá hlotið að hafa átt 10 af
16
þessum 16 afkomendum, sem greinin nefnir. Því eg var víst sá sjöundi í röðinni okkar systkyna; og eg hef haldið að afi okkar hafi verið dáin áður enn eg fæddist 61. veturinn eftir sorgarsumarið mikla, 1860 er systkinin
og 4
okkar 4. dóu og Helga amma okkar Einarsdóttir líka.
Það vildi eg að þeir, Stefán og Baldvin vildu nú, skrifa upp
af
alt það helsta sem þeir kynnu að muna um afana okkar og ömmur og senda mér afskrift af því.
Liklega
því eg hygg að Baldvin eigi fleira af þeim minningum, en Stefán vegna aldursmunar þeirra, Eg hef oft nagað mig í handarbökin fyrir það,
by
að fá ekki meiri upplýsingar um þetta hjá mömmu okkar, meðan tími var til. Lína biður mig
að
þakka að þér hjartanlega fyrir ”Hlín„ hún er nú því miður búin að tapa svo sjón að hún þolir ekki að lesa, hvorki við dagsbyrtu eða olíuljós; og er það þungbært fyrir hana, því nú orðið hefur hún meiri tíma til þess en áður. Eg les stundum ögn fyrir hana en eg er orðin endingarlaus að lesa upphátt, Árnína les þó líka stundum fyrir hana eins Stjana þegar hún er heima. Þú segir að eg minnist ekkert á bók miss Jackson, eg hef ekki eignast hana en las hana að láni í fyrra. og fann að hún var stórgölluð og fanst hún kafna hreinlega undir nafni;
og því ekki
einusinni
nema að litlu leyti, ábyggileg sem heimild fyrir reglulega landnámssögu. Vitaskuld býst eg við að ”miss Jackson„ (frb. djakkson) hafi gengið gott eitt til með að gefa þetta út, en orðiði henni ofurefli, samt ætlar hún að halda áfram og gefa út viðbætir og þá leiðréttingar sjálfsagt um leið, á því, sem komið er Sennilega taka íslendingar heima, bók þeirri betur, en landar hér, meðan þeir
sjá ekki
vita ekki um alla gallana á henni. En nú er á leiðinni til Stefáns br. ”Almanak„ Ólafs Þorgeirssonar. fyrir þettar ár og hið nýliðna, og ef hann fær þau, þá er þar það veigamesta, sem eg hef enn séð ritað um þá bók, eftir séra Kristinn Ólafsson. Það finnst máski sum
um
nokkuð harður dómur, en erfitt held eg yrði að hrekja hann. Og lifir þú, elsku systir! til að le
ð
sa það, sem
eg
vona, þá færðu þar greinilegt yfirirlit um bókina, og að þvi er virðist, óhlutdrægt, minnsta kosti minni
hlutdrægni
en sjáanlega er í bókinni sjálfri. Þegar eg heyrði fyrst um
þe
að höfundurinn, ætlað að gefa út þessa bók hélt eg að þar myndu aðeins verða ritað
um
þá, sem komu
a
fyrstir að ónumdu landi,
en þar er
eða námu land eins og það er almennt skilið, en þar er eiginlega varið meira rúmi
fyrir
þá, sem aldrei námu land,
og
en sem auðvitað komu mikið við sögu byggðarinnar, og við nánari athugun sjálfsagt að hafa þá í og með. Eg gerði því enga tilraun
að komast
þar
að, enda öll nýtileg lönd numin er eg kom þar, og var þó byggðin ekki nema 8 - 9 ára gömul þá Eg varð því bara annars flokks landnemi.
Tók land með heimilisrétti, sem annar maður hafði tekið og gert, umbætur á, en tók ekki eignarrétt á því og; strauk svo af því. Vissi aldrei fyrir hvaða orsakir. Það
geg
gékk því inn til stjórnarinnar aftur Eg bjó á því i 9 ár, og fékk eignarrétt fyrir því. Var als 13 ár þar í byggðinni.
Þo
Í bókinninni eru taldir sumir, sem fluttu þangað seinna en
g
en eg, og líka, sumir sem komu um leið og eg og hafa aldrei numið land. og rétt að geta
þ
allra þeirra, sem að einu eða öðru leiti hafa unnið að landnáminu hvort það hefur verið með höndum eða heila. Eg efast ekki um að eg gæti fengið að komast inní þessa næstu postillu ef eg leitaði eftir því. Er þó ekki mjög áfram um það. Hvað, sem verður.
Nú er kominn mars. Fyrsti í dag. Þokudrungi í lofti en milt veður. Við Björn vorum að flytja heim hey, sóttum 3 æki Árnína var að þvo en Lína að hjálpa henni við matreiðsluna, en Stebbi og Jóhann að vinna í skógji.
Nú er eg búin að líta yfir ”Stuðlamál„ og finnst þau tæplega eins góð og hin fyrri. samt mörg vísa þar vel kveðin En vísur bróður okkar þar eru áreiðanlega
ekki
þær
s000
bestu, sem til eru eftir hann. Og manni liggur við að halda að útgefandinn, sé ekki meira en í meðalagi, smekkvís í því tiliti; og myndin af Baldvi
ð
n er afleit en svo hefur maski ekki verið til önnur mynd af honum einum þar, sem hann er á mynd með þeim bræðrum okkar finst mer ágæt. þó auðvitað hafi hann miðið breytst síðan hún var tekin.
Eg hef enga mynd af mér, þar, sem eg er einn ekki einusinni þá, sem eg sendi einhverju ykkar systkyna minna fyrir eitthvað 30 árum; og hún var lík mér nokkuð eins og eg var þá; Líka minnir mig að eg sendi einusinni heim mynd af mér með 2
m
öðrum, Sigurbyrni Jóhanssyni skáld og Þorst Jóhannessyni. bróður Guðfinnu; Ekkju Sigurgeirs Björnsonar. En
t
svo held eg að snjallast væri að stinga þessum vísum mínum undir stól. Þær hafa hvort sem er lítið listagildi. Svo er eitt en að Það er trassalegur frágangur á ritinu, greinarmerki stundum á raungum stöðum og grúi að öðrum prentvillum, röng greinamerki í ljóðum, spilla oft hroðalega; auðvitað getur maður sagt að það
sé
sök höfundanna. En prentarar og útgefendur, ættu að sjá um að bæta úr því.
Ekki vil eg gleyma að minnast á kvæði Hjálmars br. mér finst hann komast þar vel að orði; og frumlegt í
bett
betra lagi og skytur þar,
okk
aftur fyrir sig, okkur bræðrum sínum; nema þá ef til vill, Dóra? Þú segir ”eg minnist aldrei á messur og kyrkjuferðir„ Það ber nú fl en eitt til þess; fyrst er eg ekki mikill kyrkjumaður. Svo erum við of fáir hér á tanganum til að halda uppi svo dýrum félagskap; aftur eru í bænum söfnuður og kyrkjumynd; og sá söfnuður fær þangað prest þetta 1 - 2 á ári, og hann kemur þá stundum til okkar - og hefur eina messu og skírir þá börn,
sem
fyrir þá sem vilja; sem flestir gera. Og eg altaf haft þann heiður að stýra söngnum. Sá íslenski prestur, sem oftast hefur komið hér er séra J. A. Sigurðson. Við erum gamalkunnugir og hann haldið tryggð við mig síðan. Þó hann viti vel
hvernin skoðanir mínar, eru í því tilliti. Hann er líka snjall ræðumaður; og skemtinn og sköruglegur utan kyrkju og innan. Öll okkar börn hafa verið skírð af lúterskum prestum. En bara 3. fermd. Þær, nafna þín, Og Olla og Helga. Séra Pétur Hjámsson.
F
fermdi, Boggu og Ollu hér, sama dag 6 mars 1904. og skírði Stjönu þá um leið. Hann er nú bóndi og prestur í Alberta; Séra Bjarni Þórarinsson fermdi Helgu. Hann er nú í Reykjavík og vist hættur prestskap.
Hin börnin ófermd. Hef látið þau sjálfráð um það. Enda nú, flestir farnir að átta sig á því, að skírn og ferming geri engan að betri manni; þegar vel er að gætt, og máski ekki síst vegna þess að, báðar þær athafnir eru, framkvæmdar meðan börnin eru óvitar, og svo að segja þekkingarlaus á lífinu. Eða skyldi það vera tilviljun ein að til þess að gerast borgari í Guðríki; þarf maður tæpast að
vera
hálfvitgaður
en
En um veraldar borgaraskyldur er öðru máli að gegna. Því sá, sem trúir
á
annað líf, og guðs réttlæti, hann verður að vita hvað ábyrgð þýðir; getur því ekki trompað uppá náðina.
Eins og þú getur til, þá er greinin í ”Logb.„ með undirskriftinni ”Myvetningur„ eftir, séra S. S. Kristofersson. Í blöðum hafði eg heyrt dálítið
um
þetta Kambsmýrarundur Það má segja að þar er eru ekki valdir andar af verri endanum, og mun ekki af veita til
að
fylla uppí ”eyður verðleikan
d
na„ Mér þótti gaman af að fá myndina af Bensa. myndin er svo þjóðleg; og maðurinn mikilúðlegur eins og maður hugsar sér fornkappana.
Það má
heita
svo, að nafna þín, sé nú, 40
sn
hún er nú
á
því ári, að minnsta kosti; en fertugs afmæli hennar er þó ekki fyr en 1 des. þ.á. fædd -88.
Stína okkar, hefur verið að heiman síðan í byrjun nóv. 1926. en geri
ð
r ráð fyrir að koma núna bráðlega og dvelur þá hér líklega aðeins viku eða svo. Því Olla hefur beðin hana að vera hjá, sér um tíma, því hún hvað eiga von á nýrri heimsókn!
nr.5.
Það er nú kominn 5
nd
mars. og þetta er orðið mikið lengra en eg ætlaði í fyrstu, enda lítið annað en lengdin. og vona að það, nái til þín með blessuðum vorfuglunum Þó raddir þess séu rámari; ”syngja þeir„ þó
líka
, ”sinn með hverju nefi„
Það er heiðskýrt veður í dag og gær, en æði mikið frost og í fyrradag var oskrandi froststormur á norðan en lítil snjókoma. En unga fólkið dreif sig þó á dans í skólanum og kom ekki heim fyrr en kl. 4 að morgni. Við gömlu hróin hér heima ein og, sátum uppi og kyntum ofninn til kl. að ganga 12. Veðrið var svo mikið að húsið nötraði í mestu byljunum. Björn ætlar til bæjarins á morgun og þá sendi eg þetta. kl. er 2 e.m. Lína er að taka sér miðdagsdúr í Beddanum. Árnína að vinna í eldhúsinu. Björn að vitja um 2 net, en Stefán og Jóhann að vinna í skógji. Við þökkum hjartanlega fyrir kveðjurnar frá Grænavatni ”Þó þær gömlu glæður, gisu upp, - Þær vermdu„ Stephán G. eftir Jón frá Strönd. Sendum öll, okkar hjartan óskir og kveðjur öllum ættingjum, sem þannig minnast okkar. Þar á með
al
bræðrum
okk
mínum og þínum. Þinn einl elskandi br. Þórarinn Stefánsson